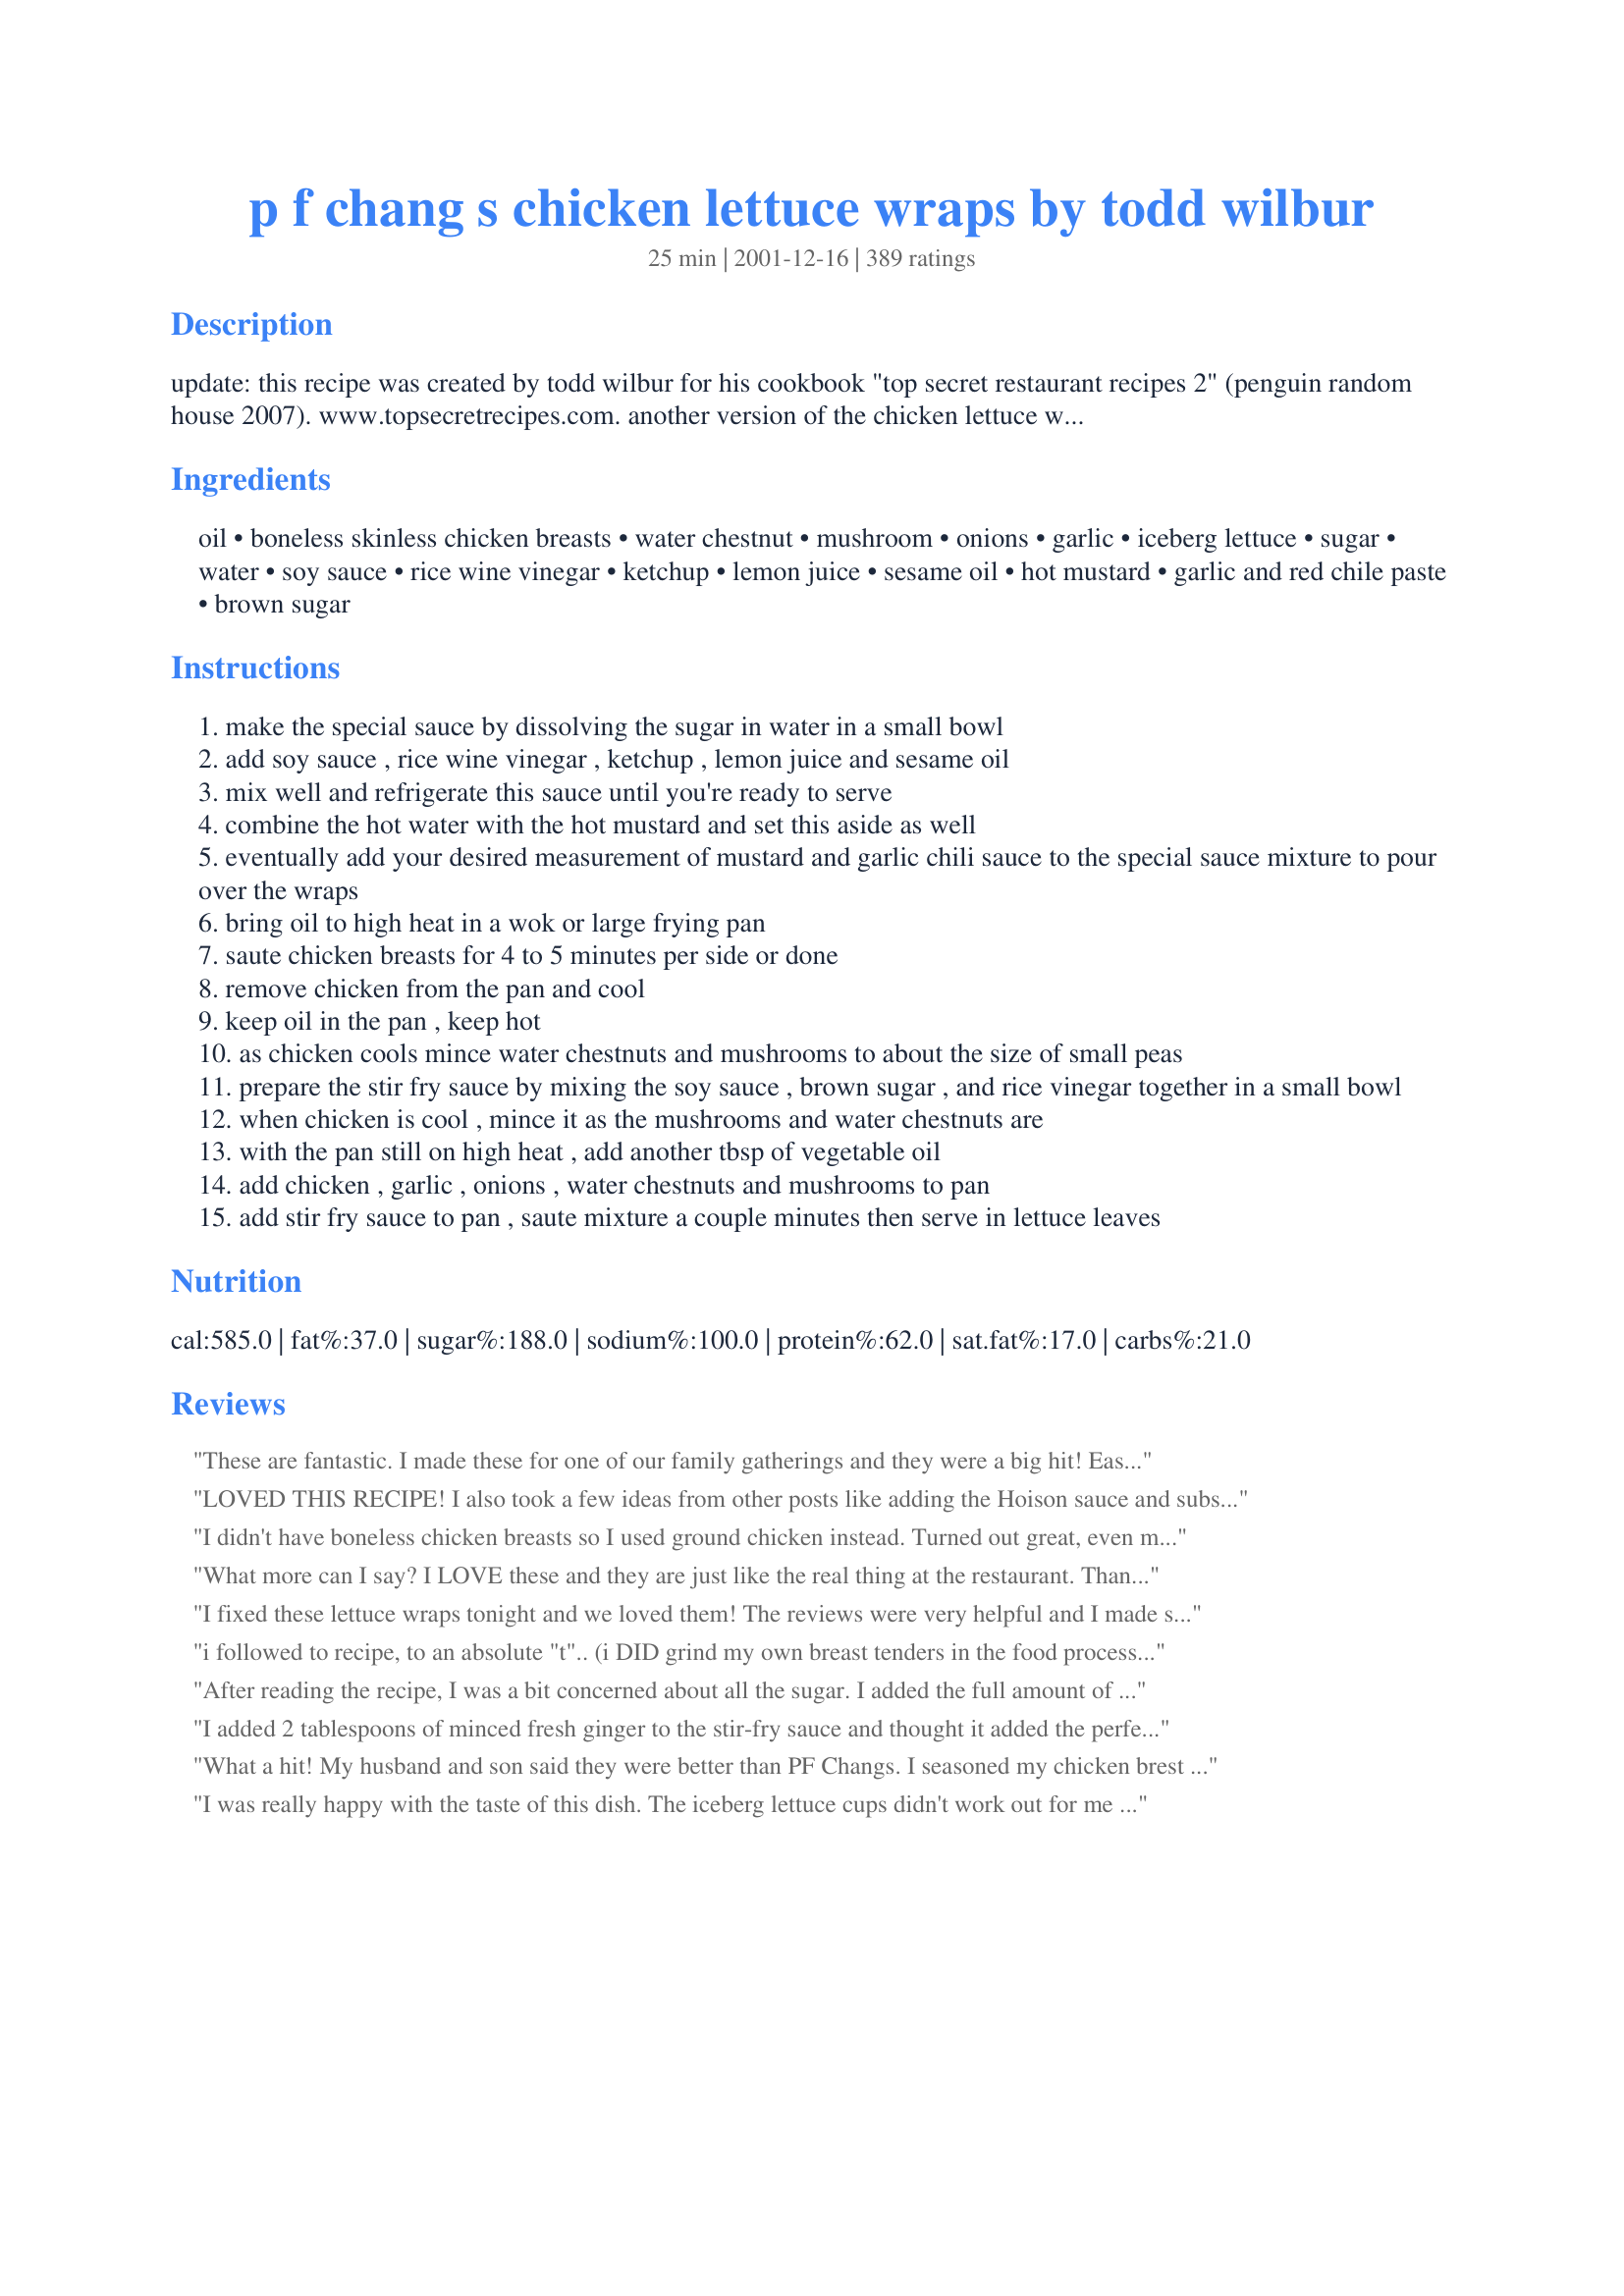
p f chang s chicken lettuce wraps by todd wilbur
Preparation time: 25 minutes

update: this recipe was created by todd wilbur for his cookbook "top secret restaurant recipes 2" (penguin random house 2007). www.topsecretrecipes.com.

another version of the chicken lettuce wraps.

Ingredients:
oil, boneless skinless chicken breasts, water chestnut, mushroom, onions, garlic, iceberg lettuce, sugar, water, soy sauce, rice wine vinegar, ketchup, lemon juice, sesame oil, hot mustard, garlic and red chile paste, brown sugar

Steps:
make the special sauce by dissolving the sugar in water in a small bowl
add soy sauce , rice wine vinegar , ketchup , lemon juice and sesame oil
mix well and refrigerate this sauce until you're ready to serve
combine the hot water with the hot mustard and set this aside as well
eventually add your desired measurement of mustard and garlic chili sauce to the special sauce mixture to pour over the wraps
bring oil to high heat in a wok or large frying pan
saute chicken breasts for 4 to 5 minutes per side or done
remove chicken from the pan and cool
keep oil in the pan , keep hot
as chicken cools mince water chestnuts and mushrooms to about the size of small peas
prepare the stir fry sauce by mixing the soy sauce , brown sugar , and rice vinegar together in a small bowl
when chicken is cool , mince it as the mushrooms and water chestnuts are
with the pan still on high heat , add another tbsp of vegetable oil
add chicken , garlic , onions , water chestnuts and mushrooms to pan
add stir fry sauce to pan , saute mixture a couple minutes then serve in lettuce leaves

Reviews:
These are fantastic. I made these for one of our family gatherings and they were a big hit! Easy to do ahead so you can enjoy your party.
LOVED THIS RECIPE! I also took a few ideas from other posts like adding the Hoison sauce and substituting Splenda for both the white and brown sugar. Also used cooking spray instead of oil. Whole family loved it!
I didn't have boneless chicken breasts so I used ground chicken instead. Turned out great, even my picky 16-year-old loved it. We didn't use anywhere near the total amount of the drizzle sauce so I plan on cutting that back next time.
What more can I say? I LOVE these and they are just like the real thing at the restaurant. Thank you so much for this recipe!
I fixed these lettuce wraps tonight and we loved them! The reviews were very helpful and I made some changes based on the reviews by others. I substituted hoisin sauce for the ketchup, green oinons for white, and added minced ginger and garlic powder to the chicken mixture and threw in a cup of chopped carrots. I also stir fried it all together instead of cooking the chicken first as someone suggested. I couldn't find chili paste at the store so I added red chili powder and a little extra hot mustard to the sauce. It was wonderful and really tasted a lot like PF's.
i followed to recipe, to an absolute "t".. (i DID grind my own breast tenders in the food processor, very handy), but i found it a bit bland [i'm pretty sure it was the stir fry sauce..]. i added sprouts to my wraps, and the sauce is delicious. it doesn't taste bad, at all. but it doesn't seem to taste like P.F. Changs. <br/>I'm sure that I did something wrong, and I will definitely try it again. Thanks for the inspiration!
After reading the recipe, I was a bit concerned about all the sugar. I added the full amount of sugar to the sauce, but then tweaked it a bit after tasting - a bit sweet for my taste, so I added some more soy, sesame oil, water, and vinegar. On the suggestion of some other reviewers, I also microwaved the sauce for a few minutes to thicken it. I also halved the brown sugar put into the chicken. A good dish and would make again, but would substitute splenda for some of the sugar and cut back on some sugar also. It is very similar to the P.F. Chang's version.
I added 2 tablespoons of minced fresh ginger to the stir-fry sauce and thought it added the perfect kick. Next time I'll cut down on both the sugar and ketchup, as I found the dipping sauce to be a bit too sweet. However, my husband and I practically licked our plates clean and we plan to make this again very soon.
What a hit! My husband and son said they were better than PF Changs. I seasoned my chicken brest with kosher salt and peper then when they were cool cut thme into a very small dice about the same size dice I had cut the water chestnuts and mushrooms into. I also used baby bella mushrooms. I did double the stry fry sauce due to the amount of chicken I had. My chicken breast were on the large size. We will be making this again.
I was really happy with the taste of this dish. The iceberg lettuce cups didn't work out for me so I ate the stir fry on rice. It was great.There is alot of prep work but I think it was worth it.
I tried this for New Year's Eve last night, and received many compliments on it. Thanks for sharing. One thing I did add was Hoisin sauce. When I ate at PF Chang's, I definitely spotted the Hoisin flavor in it. It also helps brown up the mixture. Another thing I might try next time is to saute everything together in oil in the beginning like in traditional stir-fry when everything's raw. That should help brown it all up and bring out more flavors. Thank you. Very tasty.
These were so good and easy to make. I too made both Chili's and these. They are so close to the same. Can't say which is best. Thanks Lali.
Wonderful !!! I don't have a P.F.Chang's near where I live, but travel out of state every
We tried this and it was OK. I think we were expecting a bit more spice in this but it was just ok for us....sorry. I loved the whole concept of the lettuce wraps but we just didn't enjoy it as much as we hoped too. Thank you for sharingthis with us, it was definately something we have never had before.
Reeeeally yummy!! I used ground chicken and it was great. Omitted the water chestnuts and used a little more portabella mushrooms and garlic. The special sauce was great but it made a little too much, so next time I'll double the recipe (for leftovers) and single the special sauce. (BTW, the special sauce is great on fried rice, too!) I might cut the brown sugar a little. Thanks so much for sharing. I'll be making this again and again. Very, very close to P.F. Chang's original! Jean
I made this for my in-laws for a New Year's Eve pot-luck appetizer party. It was a HUGE hit! They all have major "spicy-phobia", so I used the minimum amount of the garlic and red chile paste and left the hot mustard/water mixture out of the special sauce and to the side where people could add it to their individual wraps if they wanted. I used 1/3 parts shitake and 2/3 parts white button mushrooms. I will say that my food processor was my best friend for this recipe. I used it to chop the mushrooms, water chestnuts, onions, and chicken to very small pieces so the texture of the filling turned out to be very similar to the resturant's. The ultimate compliment? My mother-in-law just called me for the recipe! That has only happened 3 times in my entire 11 years of marriage!
Pretty close, delicious none the less, thanks for sharing!
Fantastic recipe! My husband and I loved it! It makes more than enough for 2 - we'll have the leftovers for lunch tomorrow! Thank you for sharing - the only thing I did wrong was not realize I was suppose to wrap them up - I served on lettuce but not wrapped - next time I'll wrap them and the time after that I'm putting it all on rice :) Edit - 1/29/2011 - made this recipe again, I'm telling ya it's really a 10 star recipe! We love love love the sauce! We made them last night and it's what I had for breakfast this morning - they are good cold too! I did use endive this time and oh yum yum! With the leftovers, I used a little cornstarch in the sauce (heating it of course) to thicken it up and used it on our pizza instead of pizza sauce - then used the leftover chicken mixture on the pizza along with green onions and crushed pineapple...it was the best!
This recipe is FANTASTIC! It looks like it's a lot of work, but it really isn't. I add walnuts to the chicken mixture (a local restaurant has them in their lettuce wraps...love 'em!) and I also make twice the amount of Special Sauce and use it later in the week as a salad dressing. I've shared this recipe with friends and family and I have yet to hear of one person not liking it! Enjoy!
my husband really liked this, but i didn't. i used hoison instead of ketchup in the dipping sauce, which was very good. i used a food processor to prepare the veggies and chicken. i did not use water chest nuts because i hate them. i don't think it is the recipe i didn't care for but the texture of the chopped chicken, so maybe next time i will just cut it in chunks.
I can't believe how close these taste to the real thing! The only thing I changed was the amount of sauce. I felt that they were a bit dry at first, so I just mixed up some more. Yummy! They were a big hit. Thanks for sharing!
This is a yummy hot summer night meal, the sauces, both for the stir frying and for the dressing were really delicious and I could see using it for other wok meals. I haven't tried this at PF Chang's but will probably try them at some point because I am curious as to how much like their lettuce wraps this is. Any it is a treat and I really appreciate your sharing it.
EXCELLENT! But I did substitute hoisin sauce for the ketchup and ground chicken for the chicken breasts! Ground chicken makes the prep time much, much shorter!! Just personal preference, but I like a thicker &quot;special sauce&quot; so I added 2 tsp. of corn starch to the special sauce. &lt;br/&gt;I browned and drained the ground chicken and removed from stove to cool chicken slightly. I then sauteed minced water chestnuts and mushrooms for about 5 minutes, then returned the chicken to the pan and added the stir fry sauce AND the &quot;special sauce&quot; until thickened. Served in lettuce cups and topped with shredded carrots, chopped green onions and rice noodles! DELISH! Thanks for sharing!!
Wow! I have to admit, I was skeptical - all those unusual ingredients for the special sauce (never did find the garlic and red chile paste, though I looked in 2 stores, online, and even googled it). Anyway, it was a delicious recipe that I'll be making again in the future.
This recipe was created by Todd Wilbur for his book "Top Secret Restaurant Recipes 2" (Penguin/Putnam) www.TopSecretRecipes.com
I have the actual P.F. Chang's recipe as it was posted in our local news paper. It is quite a bit more involved than this one. For instance, the real recipe used straw mushrooms, not regular mushrooms. There is also three sauces and two dips to make that goes with them, as well. This being said, these were half the work and were very good. Thanks:)
Very yummy! Whenever we go to PF Changs, my 8yr old always orders the lettuce wraps for dinner. We were looking for a copycat recipe to make at home and thise were perfect. We used portabella mushrooms in the filling since those our the favorites in our house. Thanks for posting!
This is just about my favorite recipe ever. It is just like PF Chang's, if not better! To make the vegetarian/vegan-friendly version (which I actually think tastes better), I substitute baked tofu for the chicken (Slice one package of extra-firm tofu about 1/4 inch thick, brush with a little soy sauce, place on lightly greased baking sheet and bake at 375 F for 30 minutes, turning halfway through). Otherwise, I follow the recipe and LOVE IT!!
Absolutely delicious! I used ground chicken instead of chicken breast, which avoided the added step of chopping. I also simply diced the water chestnuts and baby bella mushrooms and substituted green onions, which I added to the pan along with the mushrooms and water chestnuts. I used about 1/4 of the "special sauce" in the pan for the last few seconds of stir-frying then used the rest as the topping. Next time I will double the stir fry sauce. My daughter asked if we could eat them again tomorrow night. I guess that is a testimony to how great this recipe is! Beats takeout any day!
Delicious! I added a sprinkling of almonds and they were a nice additional crunch!
This recipe was very good. It tasted very close to the P.F Chang's version. The only ingredient that I did not use was the spicy mustard. It was VERY over powering so I tried the recipe without the mustard and it was amazing!
This recipe is GREAT! After making it the first time I now have to double it because everyone LOVES them.
This recipe was awesome! It taste just like PF Chang&#039;s! The dipping sauce was right out of the restaurant! We loved it! The whole dish took whey longer than your estimate of time! I think it was about an hour before we sat down to eat! Nevertheless, it was totally worth it!
This has easily become my new favorite meal. I LOVE IT! Highly recommended that you try it!
I tweaked this recipe quite a bit some due to preference and some due to lack of ingredients. It turned out great! <br/> * For the special sauce I used only 2 Tbs of sugar<br/> * Instead of water chestnuts and mushrooms I used bamboo shoots and substituted the onions for shallots<br/> * Used red wine vinegar instead of rice wine<br/> * I put fresh ginger in with the garlic and chicken stir fry part<br/>* I only had one chicken breast so I used two thighs to substitute for the missing breast<br/><br/>This was very easy to make and it tasted great!
Make your own variations based on your taste. <br/><br/>Recipe was delicious but was unlike PF Changs.
A bit of work but well worth the trouble!
Excellent! Just like P.F. Changs! Though I wish mine had a little more color to them, taste was excellent. Be careful not to mince too much if you are using a food processor.
I just posted a rave review and forgot to add...I halve the sauce and there is still some leftover! This is definitely a keeper :)
A lot of work, but well worth it. Totally have to add 3-4 tablespoons of Hoisen sauce though. Add it right into the mix in the frying pan / wok after you put in the stir fry sauce. That will give you the darker, more carmelized look as well as much more flavor without overpowering it. Great recipe though!
LOVE, LOVE, LOVE these! Excellent recipe, made exactly as instructed.
This was a great copycat recipe. Other that doubling the stir fry sauce, I kept everything the same. It was very delicious. Thanks for posting.
Great dish! I didn't tell anyone that I was making a "copycat" recipe ;-) and I forgot the sesame seed oil, which probably would have made it better. I served it over rice to make it the main course and see how the dish went over with my family and not to make it as if it was P. F. Chang's (which I guess it wasn't). It was delicious! Everyone enjoyed it and after the fact I asked if it tasted familiar, and my biggest critics agreed it was just as good as P.F. Chang's! I will make it again served both over rice and with lettuce.
I loved this recipe! It is so close to the original from the restaurant! I use 2 packs of hot mustard from chinese take out and substitute a splash of equal measure instead of the sugar. Instead of ketchup I use chili sauce and sprinkle in some dried red pepper flakes. A real favorite in my house!
I made this tonight...it was delicious! I added my own twists to it and it was fabulous! It took me 1 1/2 hours compared to 25 min. I read reviews that suggested using a processor...i did everything by hand. Now I don't have to go to P.F. Changs :) thx!
This was fine but I don't think it tasted like PF Chang's at all. The directions weren't as well written as I'd like but I figured it out okay.
Absolutely fabulous! I made my own garlic and red chili paste - nothing but yum. I can't wait to make this again. If you double the stir-fry sauce you can put it over rice instead of lettuce. Enjoy!
So yummy!! Thank you for sharing! My husband and I are both watching what we eat so I used Splenda instead of the sugar.
I also roasted 2 boneless, skinless chicken breasts in the oven first and allowed them to cool a tiny bit. I then sauteed (using Pam) water chestnuts, broccoli, snap peas with the onions and garlic. I added the chicken right before adding the stir fry sauce. Flavor was still spot on.
Great Fast Meal!!! It actually taste better than P.F. Chang's wraps.
The flavor of these wraps is very close to the lettuce wraps you get at P. F. Chang's! Since I loved them so much in the restaurant, I was eager to try this copycat. We made them for New Year's Eve dinner, along with some other appetizers. The only change I made was to use 1# of ground turkey instead of the boneless skinless chicken breasts, and didn't notice much difference in flavor. I also added crispy fried rice noodles to my wraps, because I think this adds a nice crunch. Fantastic! I'll be making these again, for sure!
I thought these were excellent! And they taste alot like P.F. Changs. Thank you for the post
we DEFINATELY give this 5 STARS!! this was the first time we have experiemented with lettuce cups and LOVED it!! we did make a few changes though..we didnt have rice wine vinegar so i used apple cidar vinegar and used pre-sliced coleslaw mix (cabbage and carrots) instead of the mushrooms and water chestnuts...great recipe!!
Although I've never been to PF Chang's in the US, I still wanted to try this highly rated recipe, so I made sure I followed the directions perfectly. Although the flavour was good, the stirfry sauce was so runny from the water chestnuts & the mushrooms cooking, that it just made a huge mess. I've had lettuce wraps before from other local restaurants, and usually the sauce you put on top is a thicker sauce, and while I'm sure this recipe is similar to PF Chang's, I just added to the huge mess that came when eating this.
Really good! I made the sauce the first time, but it really wasn't used so I did not do it the second time I made these. I used ground turkey because I am lazy;)
We are BIG fans of P.F.Chang's chicken lettuce wraps; this definitely isn't it. Everyone agreed that Chang's has no ketchup, uses ground chicken and the sauce is thicker and not so sweet.
That said, Lali, we enjoyed them; they were a good place to start-- re-creating Chang's with changes to your recipe. Thanks for posting!
WOW!!! The only thing that I would have done different is to double the chicken. We had this as a main dish and were still a little hungery when we were done. We also cut the raw meat up before we browned it. I'd like to try browning first and then cutting, seeing how much that makes a difference. Will make it again!!
These were really good!! I used butter lettuce instead of the iceburg. I also reduced the amount of sugar and added extra soy sauce I still thought the final product was a bit on the sweet side, but it was very good. I also used one pound of ground chicken and had to make like four times the amount of stir fry sauce. Overall, this is a very good recipe and will continue to make it.
This does not taste like PF Chang's recipe. I was so excited to find the recipe and then so disappointed when I tasted it.... It was really bland.
I personally am not a lettuce wrap person, so I was holding my breath when I made them as an appetizer for my new year's eve party. Everyone loved them. I followed recipe exactly as shown. No one had one negative thing to say (28 people tried them)
Forgot to review this from a while ago
Delicious! I made this tonight for my mom and a few of my classmates. Everyone left the table feeling stuffed! I used ground chicken instead. I also purchased spring roll wrappers. You can purchase the large size from an Asian market. Then I had 2 large bowls of water at the dinner table and everyone dips there spring roll wrapper papers in the bowl to get it wet and pilable. Then we all wrapped the lettuce wraps in the spring roll wrapper and dipped the rolls in the special sauce. But this is also delicious without the spring roll wrappers.. just wanted to try something different. Will definitely make this recipe again!
Awesome! We felt like we were at a restaurant. Very good and would defintally make again. The flavor was great and very similar to PF Changs!
This was ALMOST right there! I love PF Chang's Lettuce Wraps and have tried before to make them. This recipe was the closest I think I can come! It did take quite a bit of prep time; but was well worth it! I chopped b/s thighs and breasts by hand (got a blister, too!) and cooked that in the wok first, then removed it and cooked the onions, mushrooms and water chestnuts. Then I added the chicken back in and the rest of the cooking sauce and cooked for a while until it was the desired color and consistency. I think I even just about nailed the "special sauce" using the ingredients Candice7 gave on her comment. I wrote down everything I did so I will remember amounts next time! Definitely a keeper!
We enjoyed very much! The only things I did different was to leave out the mushrooms. Thanks!
Made this last night for my boyfriend. There was no left overs. I prepared everything in the morning and reheated for dinner. Gave the flavors time to mingle. Will make again and often. The garlic chili paste is a must!
Good recipe, the sauce was very thin and messy! Next time I might try thickening with some cornstarch before the cool down phase. Otherwise it was VERY tasty and my DH loved it.
This is an excellent lettuce wrap recipe. I personally added additional mushrooms and waterchestnuts. The special sauce sounds yucky but it makes the lettuce wraps great--it thickens as it cools.
Just awesome! The special sauce is wonderful but we didn't think it was sweet at all. I could drink that stuff it was so good! The family loved this recipe and asked for it later. Some of the ingredients we found right at Meijer.
Made this last night but used leftover pork tenderloin. Family loved it! Will make this again.
I loved it, next time I would add a little less sugar. I added cashews into my mixture and it was awesome.
Very tasty. Tastes just like P.F. Chang&#039;s!
We really like this recipe! We used sesame oil just frying and it really gave it a nice flavor! My husband said to add it to the rotation for sure!
Pretty darn close! My hubby and I drool over this dish at the restuarant and I thank you for posting this. I don't even mind the preparation, esepcially when the taste is so great!
First of all, prepare this the night before, the sauce soaks into the chicken mix, and is MUCH better. Second of all, double the sauce recipe for dipping or putting on the lettuce. Third, this appetizer absolutely disappeared at a party for 100, where tons of food was brought. Raved about....Suggestions are what the reviews say -- add a tablespoon of cornstarch and cook a bit to the dipping sauce. I also added pecan bits, gives a crunch. Only negative is that this recipe takes some TIME to do it right.....but everyone just adored it...I took home NOTHING, it was gone....
Really, really good. I made mine with ground chicken and minced the mushrooms and water chestnuts to an even consistency. Once the chicken was cooked I just added in the other ingredients and continued to cook :)
This was great... just made it and the special sauce was right on. I do agree with a previous comment that it is really messy with all the sauces i dont remember it being that messy at the restaurant. Prolly not an entertaining dish since it is so messy but as far as flavor it was spot on! I will defiantly make this again!
I had a hard time reviewing this recipe. It was good, but I don't think it is really like PF Chang's. It has similarities, but ... not the same.<br/>I think overall it was very good.<br/>I used Bibb lettuce vs iceberg which I prefer for lettuce wraps<br/>I added a few shredded carrots for a bit of color and texture<br/>And the chicken very fine cut vs cubes I think that worked much better (very fine)<br/><br/>It was a bit bland and think some spicy chili sauce maybe the answer. NOT much, but it is definitely missing something.<br/><br/>But overall, they were good. I wasn't a huge fan of them when I got them at PF Chang's but my g/f was, so I made these for her. She had the same comments. Good, but not great!<br/><br/>But it still made a very nice dinner.
This was great! &lt;br/&gt;&lt;br/&gt;I think next time we will make more stir fry sauce and add some of it earlier than just the last few minutes of cooking.
I'm a vegetarian who loved ur dish & I am eating it right now!! Even my picky hubby has requested this for his bagged lunch. I used vegan 'chicken strips' and made a few changes based on my tastes & pantry supplies. Mushrooms were replaced by bell peppers, lettuce replaced by sundried tomato/basil wraps. Sesame oil replaced by corn/vegetable oil. Omitted the mustard and added grated ginger to the stir-fry sauce for an extra Asian flavor. I don't know what PF Chang wraps taste like since I am a life long vegetarian. All i have to say is YUMMYYYY.
I've never had this dish at P.F. Chang's, but tried it at home and it's pretty good! I added some chopped cashews and about 2 tbsp. cilantro.
I thought they were pretty tasty. My DH did not love them. I think he might have liked just the meat over rice better.
Thanks for sharing Lali! This recipe is really really good. It&#039;s always a hit everytimeI bring it to potlucks. I just cut the chicken into very small pieces too and it&#039;s perfect!
Definitely not the P. F. Chang's lettuce wrap. I think the P. F. Chang version is too salty, but this one is too thin, and not flavorful enough. If you add a few tablespoons of oyster sauce to the stir-fry sauce, it improves dramatically. Then, to thicken the sauce, add a small amount of cornstarch mixed with water - 1 Tb cornstarch to 1/2 Tb water should do it. I usually adlib the cornstarch/water ratio to suit the situation. Also, check out the size of the chicken breasts. Some are MUCH larger than others.
I made this tonight and it was very successful! Only thing is prep and cooking time for serving 5 people was more like an hour.
Hubby & I thought these were good. I didn't change much. I used white wine vinegar because the grocery store did not have rice wine vinegar. It was kind of time consuming, it took me a little over an hour, maybe I am just slow. For the special sauce I did not like how thin it was so I made a corn starch slurry, boiled the sauce, put the slurry in and stirred till it thickened up a little, then I put it in the freezer until dinner was ready. I think only thing I would change would be to use brown sugar for the special sauce next time, and thats all I would change. One part of the directions confused me, in step 3 it says to mix well and refrigerate till serving, so i did it, then step 4 said eventually add desired amount of mustard & garlic chili sauce. I was not sure when I was supposed to add it, so I just took it back out of the freezer and mixed that stuff in, and then put it back. No biggie though, it did not affect the taste of the finished product. Thanks!
OMG!!! This recipe was absolutely delicious. My family thought it was better than you can get at P.F. Changs. I actually made a double batch and my family of four devoured it for dinner. Thanks!
Maybe I did something wrong, but this recipe tasted more like sloppy joes than PF Changs. Beyond it being a little too soft, the ingredient that stood out the most was the ketchup (perfect for French fries....not lettuce wraps). If I am going to make and eat such a high fat meal it better be worth it. Next time I will save myself the time and go get the real thing.<br/>Gave it 2 stars because my 6 and 3 year old liked it (probably the ketchup flavor).
Wow! These taste just like PF Chang's. I have made these several times and I was surprised I have never left a review. Thanks for posting Lali.
Spot on flavor. We really enjoyed this! It was soupy though and next time I might add a little corn starch at the end. I will also buy the little rice noodles in the store so that it is identical to the restaraunt recipe.
Yummy! ...After I FINALLY go it all prepared. Think 10 min. prep time is not accurate (for ME, anyway)....shopped for ingred. I don't keep on hand, cooked the chicken, food processed the chicken, water chestnuts, mushrooms, onions, ...stir fried these...made 2 sauces... washed the lettuce. Will do all earlier in the day next time and refrigerate 'til ready (or go to P.F.Chang's) Husband & I enjoyed!
This recipe is fantastic! The special sauce tastes exactly like the real thing. I made a few adjustments on th lettuce wraps though because my family and i are not big on water chestnuts or mushrooms so instead i used broccoli and asparagus....so yummy! I also used a store bought stir fry sauce because at the time i was also making rocco's almost general tso's chicken which calls for a low calorie store bought sauce so i just used what was left over from that. I must say though these were way better than the real thing and my whole family agreed. I will be making them again soon and these recipes will have a permanent spot in my recipe book!
I&#039;m only giving this 3 stars because I thought it was too much work without a ton of flavor. I have a lettuce wrap recipe that I make all the time and will stick to that. This wasn&#039;t bad.. it just did not wow me.
There are several really good lettuce wrap recipes on RecipeZaar, this one was not worth the effort. My daughter loves lettuce wraps but neither of us thought these were that great. Not awful but not worth the effort. Too much sugar as well.
This recipe is wonderful. Try cutting the chicken with Pampered Chef's food chopper - it made it really easy!
Very good but a little hard to eat and a bit too salty for our tastes.
We did enjoy it though, thank you for the recipe!
The whole recipe is special but the special sauce is outstanding! I used this recipe for appetizers made the lettuce rolls small and they were devoured. I got every thing ready in the am and just reheated the filling before serving Excellent 5 star recipe
Added comments: I can't say enough about this "special sauce" just the right amount of hotness (I used 2 tsp chili/garlic)and the flavor is wonderful Lettuce Wraps were part of a Christmas Eve Buffet MMMMMMMMgood

Made again 19 April 09 Used left over forzen turkey and previous remarks say it all Thanks again for a super recipe
This was a more complicated recipe than I've tried in a long time. Couldn't find the garlic and red chile paste at the grocery story. Also didn't have hot mustard. Other than that, it had a good flavor, though I wouldn't say it tasted like PF Chang's Lettuce Wraps. Will probably make again.
I made this exactly as written and my family LOVED it! I give this 5 stars - delicious!!! Thanks SO much for sharing it!
I don't mean to hurt anyone's feelings, but I just made the special sauce recipe and I did not like it at all. All I can taste is ketchup, vinegar and lemon juice. Asian sauces are usually a good balance of sweet, salty, sour and spice. I remade it subbing brown sugar for the white, hoisin for the ketchup, tripling the sesame oil, halving the vinegar, left the chili sauce, water, lemon and soy as is. And I added a small clove of fresh crushed garlic because I like it. But everything is to your personal taste, so maybe its just me! Everyone else seems to like it.
While these are definitely not the same as PF Changs, these are simply fantastic. I used ground chicken (didn't want to chop it up), the sauces practically came together on their own. Served for a new year's party and everyone kept talking about them. I used 1.5 tsp red chile paste and just got a bit of zip at the end, so it was the perfect heat. I'll be working this into our regular menu rotation, maybe add some matchstick carrots or etc to make it more substantial. You've got a winner here!
Yum. I didn't want to buy all the ingredients for the special sauce so I served it with a sweet and spicy ginger sauce made up of sugar, ground ginger, water, cornstarch, and red pepper flakes boiled then simmered.
This took me a little longer than the prep time indicated, but it was well worth it! I don't think it will take as long to prepare the next time . . . and there will most definitely be a next time! My picky daughter gave it an A : )
My family loved this recipe!!! They only thing I did when making it was that I cut up the raw chicken and then stir fried it with the vegs. Also, made doubled the stir fry sauce(because I didn't marinate the chicken first.) When stir frying the chicken, water chestnuts and mushrooms add half of the sauce and then add the second half at the end so the chicken has lots of flavor. But, forsure loved this recipe!!!
LOVE IT!! So do my children, which isn't easy. The only thing is what about the little white crispy noodles they always serve this on?
I have never had this in a restaurant before so I wasn't sure how to make the 'lettuce cups' so I just made wraps, like a burrito. I really liked the special sauce.
These were pretty good. Not spot but still had a nice flavor. I used green onions and more garlic, thats just what we like. This was missing the rice threads so we added those to ours. Yummy!
Delicious!
I have been making these for a couple years now and realized I&#039;ve never reviewed them. These are a huge hit with my family! DH and 7yo DD request these ALL THE TIME. DD can pretty much eat her weight in lettuce wraps. The only changes I make are to use ground turkey or pork because I&#039;m allergic to chicken, and I use dehydrated onion flakes instead of onion due to sensitive tummies. I also usually add some shredded carrots. The special sauce combines much easier if you just throw it in the blender. I also double up on the stir fry sauce :) We eat this at least once a month, which means its a serious winner in our book!
Wow! These things are crazy good and not nearly as difficult as some of the other copy cat PF Chang lettuce wrap recipe I've seen around. Amazing! After trying these for our family ONCE, I immediately went to the store to buy more ingredients to make them again because I'm going to be craving them all the time. Good job whoever came up with this one!!
Very delicious. My boys (11 and 5) loved them! 
I partially froze my chicken breast and then chopped it real fine. I stir fried it and then added the vegetables and sauce and cooked about 2 minutes more. I thought the special sauce was too watery. I will use just 1/4 cup water next time. This recipe easily served my family of 4.
This recipe lacks the cellophane noodles that PF Changs layers on the plate under the chicken mixture. They really add a nice crunchy texture.
This was phenomenal. One thing I'd change though is to thicken the special sauce and double the stir fry sauce. I used 1 # ground turkey (it's what I had), which I wouldn't do again. I like the taste of chicken whether it's ground of diced much better. Thanks for a great recipe!
Insanely delicious. Is pretty mild so if you like these a little spicier kick it up. I also found a dressing at the store for dipping that I tried with this that is just as good as the recipe if time is an issue. It is Ken's dressing Asian Sesame with Ginger and Soy. Spicy enough to have a kick but was sweet enough that my 4 boys ate it just fine. I highly recommend this recipe!!! Also, add carrrots for more crunch and buy LaChoy rice noodles for embellishment and crunch just like Changs!!! Enjoy
This recipe is so delicious. My picky kids even love it!
These are totally yummy!<br/>loved them! made them for my hubby and I, had some left over and ended up using it on a salad,, will be making these again!
We made these for dinner last night, the taste was great but we had isssues with our lettuce falling apart therefore not making a good wrap. We ended up using TWO pieces of lettuce for the wrap and it worked much better, we might also try a more leafy lettuce next time - because there will be next time :) I used sesame oil to cook the veggies in, and I also cooked my roast whole first (slathered in sesame oil and salt and pepper) and then cut it into strips to add to the veggies at the end. Served with white rice. Thanks for posting.
These were fantastic!! Thanks so much for posting because the whole family loved them. I simplified for the kids and mixed the chicken with shredded lettuce. That way they could eat the dish "taco salad style." Thanks for this keeper - we will be enjoying it regularly.
Lynn, yes, the ones you buy are made from ground chicken. I don't grind it though, I just chop it really fine. I don't think I said ANYWHERE that I use CUBES. I am going for the taste. THE TASTE IS THE SAME. If you can achieve the same taste without the bother of grinding the chicken, what difference does that make?

Have a Blessed day. :)

Lali
Great but I substituted things for lower calories. Such as Walden Farms makes no calorie ketchup. The light Soy, Splenda Brown Sugar and Sugar and ground chicken or turkey works great to lower the calories. I love the PF chang wraps so much and this is a great recipe. Great as a dinner when counting calories. I use lettuce for tons of stuff. When I make low calorie burgers on the grill I use lettuce as my bun. There is also a site out there for those that love to make sushi that sells no calorie rice and noodles. miraclenoodle.com.
I'm afraid our family is in the minority here, unfortunately. We did not love this recipe as much as I was hoping we would. I think our chief complaint was that we found it on the bland side (and I don't mean that it lacked "spicy" heat). There just seemed to be something missing flavor-wise for us. That being said, I am very glad we tried it and I encourage others to give it a go! Thanks for posting!
I made this last night and it was delicious!! My husband loved it and my kids who are picky eaters were asking for more!! I definitely reccomend this recipie. You will be pleased!! Thanks for sharing this! Will make again!!
NOTE: This not Todd Wilburs updated version! That you can find on his website<br/>Used ground chicken and thought it was very good but special sauce was watery.<br/>have to figure out how to thicken it up.<br/>WW Girl review below said same thing about sauce.
I LOVE this recipe! I use firm or extra-firm tofu instead of chicken and add any additionaly vegetables that sound good, but keep everything else the same. To prepare the tofu, just cut into 1/2&quot; cubes and fry over high heat in about a tablespoon each of vegetable oil and sesame oil. After it starts to crisp, sprinkle on about a teaspoon or two of chicken bouillon (or vegetable bouillon for true vegetarians) and fry until the outsides are mostly crispy.
I love these lettuce wraps. They are time consuming but worth it. I add 3-4 chicken breast and keep everything the same. I also add 2 things of celery. I also added 2-3 tbl corn starch to the special sauce to thicken it up a little. My 6 yr old eats soooooooooo much of this every time I make them. This is the best.
Although it didn't taste exactly like P.F. Chang's, it was still delisious. I will be making this a lot more now that I have the recipe, thanks!
I was a little nervous to attempt this recipe b/c of all the ingred's. But I must say, it was super easy and it tasted like I spent money ordering out! My husband didn't know the difference, although I made sure to tell him his wife was the chef.
We really liked it. I have never had P.F. Changs but I have heard they are good. I used butter lettuce as it wraps better.
Made this tonight and even my two year old ate it up! Thanks!
Looking for something different to make for dinner, I was getting lettuce for salads and it hit me P.F. Chang's lettuce wraps! So I looked it up on the web and came across this recipe. I made a few changes that I think made a big difference.<br/>In a wok I heated up oil as directed, sliced the chicken breasts into strips cooked about 4-5 minutes. Removed from heat poured into a colander to remove excess oil and water from cooking chicken. Prepared the rest of the ingredients as indicated. Next I took the cooled chicken put in my food processor and pulsed meat 4-5 times based on the size of meat you want. I then added meat to garlic, onion mixture heated thoroughly then added the remaining ingredients. Once the mixture was completely heated through I added some of the special sauce into the meat mixture. Once I was ready to serve I also chopped some peanuts to put on top of mixture. <br/>One note to make I would not use iceberg lettuce, if you are able to buy "live butter lettuce" do so. They are consistence in size and do not rip like iceberg lettuce.<br/><br/>The only reason I did not give it a 5 is that I felt it was missing something, I think the next time I will try adding some hoisin sauce.
GREAT recipe! I agree with the sauce being a bit too thin, you could probably reduce it some and it wouldn't seep through the cracks in my lettuce! Also, the nutrition facts are WAY whack. They can't be right. 22 grams of fat? The list of ingredients are pretty much all water based condiments or veggies, and the chicken and sesame oil (and the other oil used for the chicken) can't possibly total up that much. I counted all this up WW Point-wise and it seemed like about 5 points each to me. Any ideas on that?
This is a deliscious recipe!! It does take a bit of time to prepare, the food processor is a HUGE help. My kids 3 &amp; 7 just kept saying Yum Yum the entire dinner!! That makes it a big win in my book
Yummy! These were great! I used ground chicken because I had some on hand, so there was no need to chop up the chicken after cooking it. I used green onions instead of regular onions, and I ended up adding a little extra of the stir fry sauce ingredients. This is much better than my regular lettuce wrap recipe, and I will definitely be making it again. Thank you for sharing!
I found this recipe to be very easy to make and very much like PF Chang's! I omitted the ketchup and lemon juice from the special sauce and added a little more heat. GREAT recipe, my kids loved it!! Thank you for sharing!
This was amazing, tasted just like the restaurant version. I served this as an appetizer at a wine tasting last night and my guests could not get enough. I used ground turkey instead of chicken and could not tell the difference. I also followed some of the suggestions of other posters. I added hoisen to the special sauce and I thickened it with a cornstarch and water mixture. I then added it to the meat mixture along with the stir fry sauce and it thickened to the perfect consistency and was not runny. I also served with pineapple chunks, peanuts and chow mein noodles. This will be added to our bi-weekly dinner rotation, loved it.
Love it! We've used this recipe several times with excellent results! We use a food processor to finely chop the chicken, but have also used the Pampered Chef style slap and chop with excellent results.
YUM! We've done these a few times, and they are great! We add ginger in there somewhere, plus we do extra chicken, chopped carrots, and rice.
These are awesome! I do not, however, think they taste that much like PF Chang's Lettuce Wraps. I still gave them 5 stars though because they are different, but just as good. The only thing I changed was adding green onions to the chicken mixture.
I tried so hard to like this dish. I canâ€™t say for sure if my expectations were so high for these to taste just like PF Changâ€™s lettuce wraps (to us they didnâ€™t) so that maybe the reason we did not enjoy them. I think maybe if the chicken was marinated in teriyaki sauce or something before cooking it would add more flavor because even with adding the stir fry sauce, (garlic chile paste, and hoisin sauce as others had suggested) it was bland (or maybe I the chicken should be cooked in this mixture). I also had a problem with how much oil is used, this morning I was going to take some leftovers to work so I was not being wasteful and the chicken was sitting in a pool of oil. Sorry this wasnâ€™t a dish we enjoyed maybe better chefs can pull this one off.
The recipe comes very close to P.F. Changs lettuce wraps. I'm not a big fan of mushroom so I used a little less mushrooms and added some chopped carrots. It was delicious. I woud definitely recommend it to friends.
this is delicious! Very close to PF Chang's!
My whole family loved this dish & couldnt get enough, even my son who is a very picky eater. It has a great flavor!!! I didnt follow the directions exactly. For the special sauce I threw all the ingredients in a saucepan, whisked them together to break up the clumps & brought it to almost a boil & then turned it down to keep warm. For the chicken mixture I put it all together & cooked until chicken was done. I didnt really see the point of the lettuce & I wont use it next time. I think it would be better served over rice, personally.
Made this for an appetizer lunch for a stitch & bitch weekend and everyone loved it!! It took a little extra effort but was very tasty.
Great recipe! The family loved it. Directions could be a bit more clear on making the special sauce, but the resuls were still wonderful! Will make this again soon!
Wow!! Try this one. My husband and I love to go to PF Changs when we are in the city, which is rarely. I tried another recipe several months ago, but the results kept me from trying anything again. I found this recipe through a Bing search and was skeptical, but we were both craving the wraps. The ingredients seemed to be like what is in the restaurant version. They were great. It took me about 50 minutes the first time, but I'm sure that next time I could do it in 20-30 minutes total. I had extra "special sauce" that I froze for next time. Hopefully it will taste the same, but, if not, it doesn't take more than three minutes to whip up another batch. My husband considers me to be a decent cook, but is always wary of anything new I try. He encouraged me to add this one to our regular meal rotation.
These lettuch wraps are absolutely fantastic! Now if I could only figure out how P. F. Chang's gets their rice noodles to be fluffy, yet crunchy. They are the crunch that you need when eating lettuce wraps. Any suggestions?
I've made this recipe for years and love it. The only thing I've changed is I use ground chicken. You can buy ground chicken at Publix. 

Gwen Robinson
This is excellent!! I omitted the mushrooms, used a pack of ground chicken instead of chicken breast and added a cup of cooked brown rice with the last step. My whole family loved it.
These are very good, there is a lot of special sauce, so you may want to 1/2 that. I have put the uncooked chicken in the food processor and chopped it, but we prefer to just cut it in smaller cubes before we cook it. I skip the whole noodle thing and use soy beans and water chestnuts for vegies, of course, chop the chestnuts. Always iceburge lettuce for crispiness! txcrybaby70 But, theres nothing like the ones at PF Changs!!
DELICIOUS! I ended up using ground turkey (for lack of chicken) and adding some oyster sauce (about half as much as the soy sauce), which to me that stuff made it JUST like Pei-Wei's lettuce wraps. I'm so excited about this, I want to make a bunch up and see how it freezes. Thank you so much
Awesome...next time I make this I need to double the recipe. We are a family of 4 and each had 2 wraps and everyone was asking for more. As a previous reviewer had suggested, I added 1 T of hoison sauce plus I added about 1/4 C water. As for the mincing of the chicken, I just rough chopped the chicken. Will definitely make again soon.
Oh my, these are good! I was looking for Pei Wei's (a PF Chang's subsidiary) lettuce wrap recipe and found this. It's pretty close! I used just a touch of oil, granulated Splenda in the special sauce, and Splenda brown sugar blend in the stir-fry sauce. Maybe a touch of Kitchen Bouquet in the stir fry sauce would darken the color of the mix. I think this recipe makes more than 2 servings, too, so the calorie count would be much lower. Wonderful!
I changed this recipe just a bit by adding 1 1/2 cups of cooked rice vermicelli and 1 cup of diced carrots, and also doubled the stir-fry sauce. It turned out tasting exactly like in the restaurants! I think without these add-ins it tastes a little too oily for me.
I would give this recipe 10 stars if I could! I made it for dinner this evening as an entree. First words out of DH's mouth..."This is DEFINITELY a keeper and next time you need to make a double batch." I didn't have chicken breasts, so I used BL/SL chicken thighs. No mushrooms either, so subbed shredded carrots. Will kick up the spice next time as there will definitely be a next time! Thank you for sharing! YUM
Just like the real thing! 10 of us have "Survivor" parties every week and we take it in turns to host. I made these lettuce wraps and they were a hit. A little tedious to prepare if you don't have a processor though.
Loved this! I used romaine hearts and removed the yellowish white parts at the end. I am in college, and hosted a "snowed in" dinner party. These were a huge hit. My friends all love P.F. Changs, but living on a college budget makes paying $8 for an appetizer pretty difficult. This was an excellent alternative!!
This was amazing. I followed the directions except I did use a food processor on the chicken. I doubled it and made it for superbowl. Shredded carrots and maybe a peanut sauce (in addition the amazing sauce that is part of the recipe) might make it more diverse. Thank you so much for sharing this!
So good! Tastes a lot like the ones from PF Changs and the dipping sauce is almost identical. I've made this several times, and there are usually no leftovers, but last week there was some chicken left over. I cut up romaine the next day for lunch, added the chicken, and used the dipping sauce as a dressing. Really good! Great recipe.
Love this recipe. I actually hate P.F. Chang&#039;s, but I love this! I recommend using Bib lettuce instead of iceberg or romaine. Also, to help accommodate the different spiciness preferences in the family, I only added half of the spicy ingredients to the sauce. The left over spicy stuff I placed in front of my husband along with an empty bowl. He was then able to add much more of it to his own personal bowl of sauce!
I tried this recipe tonight, and it was delish! I didn't use mushrooms, but I used carrots instead. And instead of iceberg, I used romaine. We enjoyed them alot!
Yummy
These taste EXACTLY like the real thing. I also deep fried some rice noodles, which turned out just like the ones at the restaurant. Just make sure you have the oil hot enough, and then when you drop in a handful, they puff up and float and are done in seconds!
WOW! These are AWESOME!! I ended up making three times the amount of stir fry sauce and letting the chicken mixture sit overnight to soak up all that goodness. I also added some hoisin as suggested by other reviewers. These wraps are insanely good and super easy to throw together, I will be making these again and again. Thanks for posting Lali!
I have never had P. F. Chang's lettuce wraps so I don't have a mode of comparison for these. These itself, IMHO, are better than any lettuce wraps. My family and I inhale these things. I followed the recipe to a T when I made it the first time, but left out the stir fry sauce the next time, which I didn't think made much of a difference. The special sauce, however, was simply extraordinary! I didn't serve these in lettuce cups but instead wrapped them in lettuce. These deserve atleast 6 stars! Thanks Lali for the great recipe!
My husband really, really liked this one. Thank you for sharing. It took a really long time to prep due to all the ingredients. I used my food processor which really reduced the time. I think this is a good match for a non-work night. The flavor was really good. We thought it was messy with all the sauce. Next time, I may try to simmer the sauce to reduce and thicken. Would love suggestions from anyone who has solved this problem. I didn't end up using the mustard and don't think its needed, unless you really like it. Thanks for helping us have take out at home!
Really nice and healthy. Only prob I found was the wraps tended to drip a bit-maybe will thicken the special sauce next time-but yummy all the same
Love this recipe! I've made it several times for DH and I.
This recipe is the closest to having PF Chang's chicken lettuce wraps. I have had chicken lettuce wraps at many other restaurants but this recipe has blown all of them out of the water. YUMMY!!!
This was tasty however I felt it wasn't as good as P.F.'s I will play with the special sauce and the stir fry sauce to see how close I can get. The only change I made was to use carrots in place of mushrooms. Thanks for a good dinner.
Made this for a potluck and it was a hit! I used ground chicken (to eliminate the chopping part), straw mushrooms (canned found in the grocery's asian section) and green onions (instead of regular onions). Very very easy to prepare specially if you have a chopper to cut the water chestnuts and mushrooms. The special sauce is versatile which is why the hot mustard and red chile paste are add-ons to adjust to your personal preference. Thank you for posting!
Definitely a keeper. Both my husband and I loved this recipe! We really like spice, so we added extra mustard and chili paste to the special sauce. My only disappointment was that we didn't have leftovers to take to work tomorrow. Thanks for sharing!
I just made this for myself. My sister and I love having them at PF Changs. It came out just as good as theirs. It even tasted exactly like theirs. I will definately tell others about this recipe. 

The only thing I didn't do was make the special topping sauces. I never use them there. I did use some of my own Sriracha hot sauce that I keep in the house.

Mmm Mmm Good.

Marc Epstein
This is the third time I've tried an *official secret* recipe for PFChang lettuce wraps - I'M DONE SEARCHING! This one is easier, has less ingredients, and tastes just like the real thing. I used Splenda in the Special Sauce to cut down on the carbs. Splenda doesn't dissolve to a clear liquid like sugar does, but the sauce still tasted great. I did stick with brown sugar for the stir fry sauce, tho.
Was quick and great. The whole family cleaned the pot. Have a son that doesn&#039;t event like lettuce, eat 3 lettuce wraps. Great flavor.
Am I the only person who didn't love this recipe? I thought I followed it to the letter with the exception of using ground chicken. When I order this at Chang's, I don't even use the special sauce, but eat it just the way it's served. It's darker and tastier than this recipe. My daugher and I renamed them "Scandinavian Lettuce Wraps" as we found them sort of bland. I was disappointed! If I try this again, I'll drain off any moisture before adding the stir-fry sauce (they were too runny!) and would maybe double the stir-fry sauce in an attempt to get the mixture darker-looking. At Chang's, the filling has an almost carmelized taste and look, which was lacking with this recipe.
Everyone seems to LOVE this recipe except me, and I so badly wanted to love it too. Maybe I should give it one more try.
I have made this several times and it is awesome!!! I got lots of compliments from friends. A tip: I started using ground chicken instead of the chicken breast. You don't have to mince it and works nicely for filling the lettuce.
This tastes wonderful and I love how healthy it is! The only complaint I have is that it takes a long time to cut up all the components. That said, it is worth it to drag out the food processor for this recipe. The flavor is wonderful. I might halve the sauce next time because it really made a lot. THanks for the great recipe Lali!
Didn't taste anything like pf changs, however was still pretty good. Took much more time to prepare than what it said, and the recipe made way more 'special sauce' than was needed. I did a serving for 6 and have about enough special sauce for 100. It also was not that special. I'm going to try a different recipe next time
Great! DH and I just loved this. I will definitely be making this again. The only modification I may make next time is to add a little cornstarch to the stir fry sauce to thicken it a bit. I used ground chicken and it was fabulous.
I really can't say they taste like PF Changs, but they are great ! So it didn't matter. Little time consuming, but worth it.
These were ok... I thought they'd be fabulous considering they are supposed to be like PF Changs, but as it turns out I prefer my lettuce wraps with other stuff in them... like nuts, scallions, and those styrofoamy curly Asian noodles. This recipe was ok, but I thought the "Special Sauce" was way too watery, and the stir fry sauce was small in quantity and flavor compared to the amount of food it had to cover. Oh well... glad I tried it, and still enjoyed the meal. Thanks...
I had this dish before but not at P. F. Chang. The special sauce in this recipe was good but too sweet for my taste (and there's too much of it). I modified the stir fry sauce a bit due to shortage of ingredients. I used 1 tbsp tamari soy sauce + 1 tbsp gyoza sauce and only 1 tbsp brown sugar. I also reduced oil to 2 tbsp with no problem.
Quick, light and easy. Perfect for a summer meal! We really enjoyed this! I used my pamper chef chopper to chop the onion, mushroom, water chestnuts, and fine chopped the chicken with a knife. I found the process simple!
The P.F. Changs Chicken Lettuce Wraps are made with GROUND Chicken, not cubed chicken breast.
Thank you for this - it was amazing! The recipe you provided is delicious and can be customized to meet any dietary needs. FULL AND HAPPY!
To save myself some work, I used ground turkey for this recipe. You'd never know the difference. The Special Sauce was WAY too sweet. Next time, I'll eliminate the sugar and ketchup (which is really high in sugar) and add more garlic & chile paste. I served the wraps with fried rice on the side . . . delicious!! My entire family loved it, and I'm making it for my Bunco group later this month!
Minus the crunchy fried rice noodles - this is as close as you will get. I did add some cooked, chopped up rice noodles for some added bulk, and have substitued ground chicken or pork for the breasts. The "special sauce" is the special treat!
Great,easy recipe! I didn't follow it exactly (no mushrooms) but the flavor was great...didn't have the rice noodles either...but just as flavorful! Quick too!
Can't believe how wonderful these turned out! I probably won't be paying 7-8 dollars for an appetizer anymore when I can make it at home for a lot less!
This looks like it would be hard because of all the ingredients but it is so easy. I even made my own mustard with Recipe #149962. These tast exactly like the ones I remember from PFChangs. No way for me to travel to pf changs for dinner and to be honest... If there was one near by I would no longer have the need. These wraps are the reason I loved that place and now I can make ones Identical to them. Thank you!
Delicious!! I seasoned the chicken just a bit though and love how light it is not heavy at all also love the crunchiness of the lettuce
Got a REAL CRAVING for this today for just myself, but did not feel like going shopping--- I had some chiken legs left over- - put some sesame oil in a skillet, added a little rice vinegar, brown sugar, ketchup, soy, garlic powder, hot mustard (from the chinese restuarant PACKET!), a little water, lemon juice, cooked it about 2 minutes, added the torn chiken pieces and a few peanuts because I did'nt have the crunch of waterchestnuts. Then, a light spinkle of "Oodles of Noodles" for an extra crunch--- put it on top of romaine lettuce-- Boys and Girls-- it works !!! In about 5 minutes!!!! I don't think my husband would ever know the difference!!
My wife, sister-in-law and I love this one.
These were so easy to make and delicious to eat!! Before you make these, I do recommend a Chop Wizard as mine made it so much easier to make!!! Definitely will make again!!!
Absolutely fab!

It does take a while to cut everything up and measure all of the ingredients out but I promise it is WELL WORTH IT!

These are yummy... and they are even better the next day when you warm them up. I think it's because the meat has time to soak up all of the juices....

Anyways, great recipe! Thanks so much for posting it. :)
Loved it!! Just as good and as difficult to eat as the real thing. All in the fun I suppose. Thanks Lali!!
I thought this was fantastic. I added chopped green onion to the mixture as well. I think I&#039;ll add peanuts or cashews next time for more crunch! I also added lots of special sauce to each wrap, as the mixture itself was just a little bland. I might add a little special sauce to the mixture while it&#039;s cooking next time.&lt;br/&gt;&lt;br/&gt;SOOO GOOD, though!
I just made this tonight. I thought the stir fry sauce was too sweet for me. I added more soy sauce and a little bit of pepper. I used ground chicken and added some chopped scallion. Thank you for sharing this recipe with us.
I made this last night. It was wonderful. Not quite as dark as P.F. Chang's but really good. Thanks.
I have never eaten at P.F Chang's, but if their menu is as good as this turned out, then I think I may have to give them a try!
I didn't have any sesame oil, so I used olive oil instead. The sauce turned out great. I also used chicken tenders and cooked them the same way. They chopped up really well, and made a wonderful consistency when mixed in with the water chestnuts and mushrooms. I think next time though, I'll only use 1tsp of the garlic and chile paste. This is definitely a keeper!
Delicious!!! A few modifications... used peanut oil, added ginger to saute sauce, along with the special sauce on top, we added green onions and raw shredded carrots, which are a must for this! Thanks Chef Lali!
used rice wine by Vinn instead of rice vinegar and it was very good. Thank you!
Tried these and we really like them! Worth the work. Can't wait to make them for friends!
wow, exactly what I was looking for. just the way i like lettuce wraps.
I added some chopped peanuts to the chicken. that was good too.
I love this recipe and have been making it for years. My friends and family always request it for any get-together! I double the amount of the "stir fry sauce", then you don't have to worry about it drying out. I also add a little extra brown sugar for extra sweetness. I believe this is even better than PF Chang's!!
Made these for dinner tonight. YUM! thanks they were awesome.
LOVE this recipe! Just like the restaurant's version. Easy and fun to make, too. Served with veggie fried rice and spring rolls "buffet style" for a casual dinner party. BIG hit, will absolutely make again:)
I give this 4 stars only because it does not use reduced sodium soy sauce and we used peanut oil for better flavor. Other than that, the recipe was perfect. We got 4 servings out of it, instead of 3. Thanks! Very Yummy!!
This was very good; my first stab at making chicken wraps. I added some left over zucchini & red bell pepper (about 1/2 cup each), and topped each wrap with shredded carrots. To increase heat, I used 3 Tbsp. of red chile paste. Next time I make these I'll probably decrease the amount of sugar; I tend to like things more hot than sweet. Thanks for posting, Lali!
Really good! I made it South Beach Diet friendly by using a sugar substitute (less amounts thought) and omitting the ketchup. It was a hit with the entire family.
Haven't had the ones at PF Changs, but this is a very good recipe!
This was finger-licking, sauce-dripping, plate-scraping GOOD! OK, now for the admission: I changed just a bit. Instead of using chicken breasts I used a pound of ground turkey. Instead of the water chestnuts I used 1/2 cup each of carrot and broccoli. I processed all the veggies together in my cuisinart until very small, and chopped the ground meat to small bits after browning. Also, nobody except me in this family appreciates spice or heat in a recipe, so instead of the chile paste I used 1 heaping teaspoon each of minced garlic and minced ginger. And in the special sauce, I added 2 tsp of cornstarch and brought it to a boil to thicken. Whew! That is the sum total extent of my changes. Does that disqualify me from the review? I hope not, because this one is a keeper. Thanks, Lali!
Excellent! Best ever, had this at a party and everyone loved it and could not stop eating it.
the special sauce was a little runny, and i added more chili for a slightly hotter flavor. these are also great with cubed tofu, which you braise in a lightly oiled skillet before adding the mushrooms and stirfry sauce- great for vegetarians!
If you ever have a chance to visit the Bamboo Club, order the lettuce wraps...50 times better than PF Changs. I would love to know what they do different! Anyone?
This recipe had great flavor. But in my opinion you need to cut the special sauce in half and double the stir-fry sauce.
This was really tasty but I found the special sauce to be too watery. It made a mess when we put it over the chicken. Tasted great but too thin. Next time I would cook the sauce and add a little arrowroot to thicken it up.
this was really good I made it just like you directed. I will make it agian. if someone wants the little meat balls they could do it easily by putting the raw chicken, mushrooms, onions, water chestnuts &garlic in the food processor, steaming the meatballs then finish by frying them up with the stir fry sauce. I may do that if I were to make this for company. but the directions make a great tasting dish!
It came out very good! I omitted making the hot mustard sauce and the garlic & red chile paste since I have a toddler that's afraid of spicy foods. I had a lot of sauce left over. You will need a food processor for this dish though or it will take forever cutting everything up. I don't think it tasted like P.F. Chang's dish but it was still good.
good taste

Im glad I have a food chopper
Easy, fun and delicious recipe! My mom and I threw this together in a snap. I added carrots and corn (what we had on hand) and omitted the water chestnuts as I didn't have any. I also followed the advice of another reviewer and subsituted hoisin sauce for the ketchup. The other change I made was to add chow mein noodles (dry) to the lettuce wraps for a little extra crunch. My parents LOVED this and that's saying something as they don't branch out much with the dinner menu. Thanks for sharing! Will be making these again soon
I prepared this meal a week ago. My son couldn&#039;t eat it because he&#039;d just had his wisdom teeth pulled. He asked for it to be prepared again and I obliged. He loved it as well as everyone else eating it a second time.
Very similar to PF Changs! I didn't use mushrooms, simply because i didn't have them and it still tasted great. We also only needed about half the special sauce the recipe makes. Thanks for posting!
It was disgusting. Nobody in my family liked it. :(
Excellent flavor! To me the lettuce seems irrelevant. It serves no purpose other than being a bowl for the meat. After a couple of minutes it becomes soggy from the sauce. I would rather serve the delicious meat in a bowl and be done with it.
I worked at PF Chang's for quiet some time. This recipe is an improvement on the wraps, in my opinion.
This is a wonderful recipe Lali. Being the first time I tried lettuce wraps at home, your recipe was awesome and very easy to follow. I only made a couple of changes simply for ease. I ground my chicken breasts with my Kitchen Aid mixer set with the large hole grinding attachment. It was the perfect size. I then stir fried the ground chicken first in a bit of oil until done, removed it then added a bit more oil and added the onion, water chestnut and mushroom mixture. Once that was on the way to being done, I added the chicken back in, the stir fry sauce and heated well. All I can say is that my husband and I ate until we couldn't eat anymore. The "Secret" sauce was great and not too hot. We only used a little of that on each wrap. Luckily we have some left over for lunch today. ;-) Thank you for this wonderful, perfect summer recipe. This will become a regular around here. 
Hugs, Susie
Tastes as good, if not better than going to the restaurant.
I've made this a couple of times in the last two weeks and really enjoy it! We actually prefer the sauce all mixed in with the chicken and thickened, so during the final step of cooking the chicken with the onion, mushrooms and water chestnuts, I added the special sauce and the stir fry sauce to the pan and thickened with some cornstarch that I had dissolved in water. This made it nice and thick and less messy to eat!! Great recipe!!
Amazing! My husband was impressed! I used ground turkey instead of chicken-much easier. I added a little ginger and some coconut. Also halfed the sauce. Served with brown rice and Ginger Peach Decaf hot tea. This is a keeper!
A little time consuming to make but always worth it. I have several family members that have asked me to send them this recipe.
OMG, This recipe is GREAT. I made it, omitting the mushroom and doubbling the stir fry sauce. My family members are very picky eaters and this dish never even made it off the burner. They filled their wraps from the pan and there were NO LEFT OVERS. I'm still getting compliments.
I husband love, love, loves this!
I was very disappointed with this recipe. The dipping sauce was great, but the chicken mix lacked flavor. I think if I make this again I will use some of the dipping sauce as my flavoring for the chicken mix.
Delicious! However, prep time for me was more like 60 minutes, not 10. I can't imagine anyone being able to prep this in 10 minutes, even with a food processor. Also, the "special sauce" ingredients could be halved - way too much sauce left over.
I am a firefighter and use this site often to cook for my crew. I have, at fully staffed, 11 guys to cook for at my firehouse and I cooked this the other night. The nice thing is I have a lot of help preping because this is a little tedious but well worth it. Many of the crew were asking for the recipe but I will definitely cook this again.So a big 5 stars from all 11 firefighters and believe me firefighters know good food when they taste it!
Must say that these are different than what I've ever made before. Precooked everything so I only had to reheat at dinner time. Added about 1/2 cup of cooked rice because I found that there was a little too much stir fry sauce. Didn't have hot mustard so I used regular mustard instead. Also didn't have ice-berg lettuce. Used leaf lettuce instead and found to be quite messy. I suggest that you do use ice-berg lettuce. Also didn't have too much chicken so I also added shrimp and scallops. Over all, quite a good and different dinning experience. Will make again. Also, I think I used only a 1/4 of the special sauce as I found to be quite sweet. Thanks for the recipe.
To: e.ringwald
You wrote, "Not to mention chang's does not even keep ketchup on site! (not authentic Chinese condiment)." You couldn't be more wrong. Ketchup was INVENTED by the Chinese!
Made for a baby shower. HUGE HIT!!! Deifinitely a keeper. I followed the recipe exactly and for presentation I put out 3 sauce options. I divided the sauce into 3 small bowls, left one plain, added 1small sppon each of mustard and chili sauce to the second and the third one I added 2small spoons of each. The spoons I used are maybe equal to half teaspoon...Oh, I also used Boston bibb lettuce instead of the iceburg, endive would work well too I think. Everybody was asking for the recipe! I used a food processor for the chicken and veges-big timesaver.
Not exactly like P.F. Changs but delicious. Needed more stir fry sauce so I doubled the soy sauce and rice wine vinegar in the stir fry sauce and added two tablespoons of oyster sauce. Also added salt and pepper to the chicken early on and then again at the end. <br/><br/>Didn't care for the special sauce or the red chili paste so made a mix of soy sauce and vinegar. That was good and so was the hot mustard. Yum.
Almost identical to PF Changs! The only difference is, I think I recall small rice noodles in PF Chang's recipe. I the chicken breasts I used were pretty parge so I had to make a bit more of the stir fry sauce. I also added Sriracha to the Special Sauce and added quite a bit of hot mustard and chile paste to counteract the sweetness. I will definitely add this to my archive of recipes.
This is a great recipe and even my kids liked it. I was able to adjust a few things in the recipe to a fit into my diet. Like using a splenda packet for the special sauce and using only a tsp. of splenda brown sugar for the stir fry. I also used regular vinegar in place of the rice wine because of the calories and sugar and reduced the amount of ketchup. It was wonderful!!
This recipe didn't really taste anything like PF Chang's recipe. It was okay but not like the real thing.
This was so good!! I also made a recipe using Yves vegetarian ground beef for the chicken, since my dad is a vegetarian, which also turned out amazing! I reccomend using a food processor to chop the veggies and the water chestnuts, and to make the chicken finer.
Incredible! Absolutely loved it!
Googled for a lettuce wrap recipe and found not only this one, but the site. Great place. Great recipe. Just happened to have everything in the house except the mushrooms, so made the filling with red pepper instead. Excellent, and a bit more crunch. 
I didn't use oil or sugar. I subbed honey for sugar and just left out the oil. Didn't have the paste, so used garlic powder and a few red pepper flakes. Nice finish in the mouth. I ate four small ones immediately. Just loved them. My daughter asked me if we had a Chang's in my town, but as far as I know, we don't. I sent her the recipe to try at home. It's a keeper.
Other than the special sauce being a little too thin, this is a wonderful recipe! Will make it again. Thank you for posting!
This recipe is great! Pretty close to P.F. Changs, but not exactly. I added a few things to put my own little twist on it. :) I added hoisin sauce (just a splash) for flavor and that caramel brown color. I also added asparagus, just enough for a nice color pop and some crunch. I omitted the ketchup. I also added about half of the special sauce to the wok while the veggies and chicken were cooking. It turned out AWESOME. My husband always wants me to cook it and my friends are addicted. Great recipe!
This recipe didn't turn out well at all. Chicken was dry and the sauce was too sweet.
Yep. This is it!
I really really love this one. It's a little labor intensive if you have to chop everything up by hand, but regardless of how long it takes, I think it's worth it in the end. Only complaint was there wasn't enough
Excellent recipe! My family loves it as a wrap or on top of a salad!
Absolutely delicious!! Felt like I was at the restaurant. I dont like the spicy red chili sauce or the hot mustard. It's your preference.
I have made this recipe several times and it is outstanding. We love the flavors and it tastes very much like the real thing. Thanks for sharing.
This recipe is FANTASTIC! I have found soooo many wonderful recipes on this site. I don't have a P. F. Chang's close to me, but I go to Pei Wei (owned by the same company) all of the time. I guess I won't be going as often now! Lol.. Thank you Lali!!!!!
great!!!!! the only thing is it took much longer than what it says.. but i want to make this EVERY WEEK... taste almost better than the real thing. i love it.
We had our first trip to PF Chang's last month and someone ordered the Lettuce Wraps. While our experience at PF Chang's wasn't great (just a bad night I guess, all of the food we ordered was burnt) I wanted to try this at home. It was excellent and will now be part of our regular rotation. <br/>Thanks Lali!
I used little less water in the sauce.
It was really good.
Delicious!
These were really good. The special sauce is really good, the only ingredient I did not have was the hot mustard and it still turned out great. I did add a little hoisen sauce to the chicken mixture because it needed just a little something more and was the perfect thing to add (about 2-3 TBS) I ate these all by myself tonight. Will keep in my recipe box.
I only used 1 chicken breast for the two of us and fresh water chestnuts. Wow really good. Loved the sauce and will make again soon to use up my Butter lettuce from BB. Served with a veggie stir fry and soup.
Excellent and so much like PF Chang&#039;s you won&#039;t notice the difference. With a food processor you can get the chicken pretty ground/diced easily as well.
Very good and while not as simple as throwing a couple things in a pot, it wasn't complicated or time consuming either. Start to finish took approximately 25-30 minutes. I made the two sauces first, then the stir-fry sauce since I had everything out. I chopped the onions, mushrooms, and garlic and set aside to be dumped in when the time came (didn't have water chestnuts). I cubed the chicken before cooking (I find that easier than cutting after and it cooks faster) rather than take the time to mince it, but that's me being lazy, lol. I also added some slivered almonds for crunch and, while not authentic, I think I would like crispy noodles in this as well. The special sauce was thin and ran right through, which was fine, but next time I'll add some cornstarch and heat it a little to thicken it so it will really stick. The hot mustard/chili sauce was a fantastic and incredibly simple condiment to whip up. I served over romaine (what we had) which was good, but I can see where the extra crunch of iceberg would be better. My husband went nuts over this - ate 4 wraps all the while raving, so it's definitely a keeper. I'm sure he'd give you 10 stars if he could ;)
Used a food processor to get diced items uniform in size. Delicious!!!
This was great, tasted just like what I had at PF Chang's. These are the changes I made based on availability. I left out the water chestnuts, as I just couldn't find them at the store. Secondly I replaced the lettuce leaves with cabbage leaves, because thats what I had on hand. Also I could not get hot mustard and garlic chili paste, so I added 3 tsp of franks red hot sauce to dijon mustard/water mixture. I also used ground chicken, as suggested by a reviewer, which simplified the process. It was really pretty quick and easy. Kind of messy, but so tasty I didn't mind.
Great recipe! Only change I would make is to substitute Hoisin sauce for the ketsup. I think you'll get that smokey, rich flavor in the sauce :)
Separate dipping sauce was not used. Very tasty without! Chicken was a little too well done. I&#039;ll try not cooking it without some of the stir fry sauce
Delicious! I used ground turkey for this and it was so easy, and had great flavors. I will certainly make this again!
Delicious but a little labor intensive for me for the typical family weekday night. The 10 minutes prep was way off for me. From start to finish, this meal took over an hour to get to the table. I will probably make it again but mince the chicken before browning and half the special sauce as it was much too much for us to use in one meal.
I just happened on this recipe tonight and thought I had reviewed it. I guess there are plenty of reviews, but if anyone wants a lettuce wrap that is delicious, this should be his/her first try.
I've used head lettuce, leaf lettuce, and romaine.......all work well, but the softer leaves wrap best.
This does make a lot of filling, but it keeps well for a couple of days.
Thanks for posting......it's one of our favorites. Donna
I'm sure I reviewed this years ago, but am doing it again. I've made so many different lettuce wraps and this is the recipe I come back to over and over again. I can't seem to pin it so don't ever take off this site please. :) I make it exactly as written, or mix in extra veggies, make it and put over rice, or just serve over a bed of lettuces sometimes. All great. Thanks Lali.
I finally made these today and these were really good. Everyone liked these. My fiance told me this is another great appetizer I must serve at my parties. Thanks Lali for sharing this great recipie.
these were GREAT! they could use some peanuts but other than that, they were wonderful
I made this for dinner tonight - prep was easy and everyone loved it. Called my brother and gave him the recipe, this is a keeper. Thanks for posting.
These tasted similar to the ones at PF Changs, however, the sauce was thin it made the wraps VERY messy to eat! I see another poster has tried adding the special sauce mix to the stir fry sauce, and I think I'll try that next time. I think the sauce would be a lot better if it reduced some to concentrate and thicken it.
One word: terrific! Didn't change a thing, wonderful flavors. Will become a go-to recipe in my house.
Never ate at P.F. Chang's so I have nothing to compare this with. Also, I only made the special sauce and stir fry sauce to stir fry some vegetarian chicken I bought for chicken wraps. So based on the sauces alone this was a 5 star recipe. I kept the leftover sauce and will use it on something else. Note I used real garlic since I didn't have any garlic chili sauce. I should have added some red pepper flakes for more heat. Thanks, this was tasty.
Very tasty! I used baby bella mushrooms and ground chicken. Just chopped everything up in the food processor including the chicken breast. It was way cheaper than store bought ground chicken. I didn't have all the ingredients for the special sauce so I can't give it a fair rating. But the stir fry sauce was perfect. I used a store bought sauce from Trader Joe's to put on top. When i find the name of it I will post it. I will definitely make this again! My husband hates mushrooms and he didn't even realize they were in here.
These are delicious! I've always been a huge fan of PF Chang's lettuce wraps but have never really attempted to make it at home. To me, they don't taste exactly like the real thing, but are still really tasty. I did make some adjustments. For me, the special sauce was to sweet and ketchup-y. I added a little more vinegar, sesame oil, and soy sauce. I also added some ginger. The special sauce made A LOT so I actually used that while cooking the meat and veggies (I used ground chicken) instead of the recommended "stir fry sauce". In my experience, soy sauce, even when mixed with sugar, doesn't stir fry well. Also, once it was all said and done, I topped with some fresh cilantro which gave it the perfect added touch. Thanks for sharing!
I thought this recipe tasted very average, and it was messy to eat. I will not make it again.
Never having eaten at PF Changs, I don't have anything to compare it to but believe I might be disappointed with the real thing. I made several changes to compensate for ingredient shortages and dietary needs but the end result was delicious. After doubling the recipe to suit my family I didn't have enough water chestnuts so I substituted thinly sliced baby carrots for what I was missing. Instead of cooking in oil, I opted for cooking spray and about a tablespoon of sesame oil for browning the chicken. I also need to add that this is an easy recipe to convert for a vegetarian diet. After draining the tofu, I sauted it in a seperate pan and proceeded to follow the remaining recipe instructions. A few things to remember, 1. If doubling, no need to double the sauce. We have WAAAY more than we needed but it will facilitate the prep when we have it again. 2. This can be a lot of work without a chopper, processor or willing sous chef (Neither of which I had) so plan accordingly.
I made these for the first time last night for dinner and they were Amazing! I definitely suggest the use of a food processor it makes things much easier. Also I couldn't find the garlic and red chile paste so I didn't use it, I also didn't use the hot mustard. Even without these ingredients the wraps were delicious! I will definitely be making this again!
Awesome! I will make this again soon - and will try rice or noodles as an option. Using ground chicken makes it so easy!
I can't even begin to tell you how excited I was to see this recipe! I just love PF Changs lettuce wraps and I am so excited to make them for my family, Thanks!
Awesome recipe! I amped up the mushrooms because I had a ton and put them thru the food processor because my kids usually pick them out it they recognize them. Rave reviews!! The sauce is too hot for kids, but definitely adds to the flavor.
I made these using two pounds of ground turkey and doubling the ingredients. I served this to my family of 4 (me, hubby, an 8 year old and a 10 year old.) There was not one piece of meat left! They were so good and we really had fun eating them. We will definitely be having them again. Thanks Lali!
I found the stirfry portion itself a bit lacking, so I added dried chiles and minced ginger. I minced the chicken and water chestnuts finer and thickened the sauce with cornstarch.

Turned out wonderfully!

I was quite disappointed with this recipe, considering how many great hits it got!!! I have had PF Chang's Lettuce Wraps many times and I don't remember them tasting like these. There was a number of reasons that this recipe didn't work for me: 1) the sauce was way too thin..it passed right through the meat and ended up in a large puddle on the plate. Cornstarch is definately needed to thicken this sauce up 2) it's fussy cooking as far as I am concerned. I had cooked, cubed chicken on hand and this still took over 30 minutes to put together 3) I don't particularly like wearing my food or having it drip on to my hands. 4) I felt I had to eat faster so I could at least get some of the "special sauce" before it did drip onto the plate. The bonus point was that it did actually taste OK...but worth making again? Sorry, but I am going to take a pass!
Really good to know that I can now make my favourite food at home.
Fun fact: This is actually from a Thai recipe called Larb Gai, originally. After you make this, you should look up the original recipe for larb (or laab), and compare! I prefer the original one, myself.
Made this for bunco night- the girls just ate it up. I used ground chicken and added Emril's Asain seasoning- but I made the special sauce the same. I have eaten it for 2 meals a day since, and will be sad when it is gone.
Love this recipe! I sometimes substitute ground turkey for the chicken, this works well if I'm in a hurry. Overall, I think this is the best PFC CLW recipe out there!
Great with the following adjustments: Use ground chicken and put the onions in early on with it. Then just add other stuff to the pan - much easier. Cut the sugar in the special sauce in half. Add about half the special sauce right to the chicken, with about a 1/2 tbsp of cornstarch so it thickens up. Otherwise they're very runny. Everything else about the recipe was perfect! Didn't taste exactly like PF's, but close. The special sauce was very close to PF's. Thanks!
The lettuce wraps are delicious. My husband and I love to go to P.F. Chang's to eat the lettuce wraps, but with two kids we don't have much time and money to spend. Now we can eat it at home and spend less!! It's great, thanks!!
Made these tonight and came out great...not exactly the same but close. I used to work at PF changs and always loved the lettuce wraps. Next time I think I will add ginger to the mix, also adding fish/oytser sauce, and/or Hosin sauce to the cooking sauce would add more flavor. Tonight I added Bangkok Padang Peanut sauce to the final chicken mix and it came out so good. Fun to make and fun to eat.
I gave it 3 stars because it is a lot of work. The result is closed but not quite the same.
I've made this recipe for years and my family loves it. I do change one thing though. I make it with ground chicken. It's much faster and taste even better to me.
Yummy! i order these all the time and this is the closest to the flavor that I have come to. I used 1 lbs of ground turkey and doubled the ingredients. The whole family dove in and were shocked when we ran out. Thanks for this keeper!!!
Very Good!! A favorite with the adults and the kids. The kids were looking at it like it was an alien. My 15 year old girl couldn't stop eating them after she tried one and she's the one that doesn't like to try new things. Even my 7 year old boy was really enjoying them. Looks like we'll be making this a lot. The sauce was excellent. I agree with the other reviewers, makes a great salad dressing. The recipe was easy to follow and I used my Slap Chop to dice up everything and it worked out well.
Not that this recipe needs another review... but this is awesome. The whole family loved it, including the kid-teens. I found the directions a bit confusing but it all worked out. I had more "special sauce" than we needed so that could easily be halved or do what I did and add it to the chicken mixture. I poured 2/3 of the special sauce over the chicken mixture and heated it through. Served it on romaine leaves. My son suggested crunchy chow main noodles on top, so I'll give that a go next time. Thanks for sharing, it's a keeper.
These wraps tasted jus like PF changs...love the recipe
This is very good! And easy to make!
Great recipe
These were really great. I used my pampered chef chopper for everything. I thought the special sauce was a tad on the sweet side, so next time will cut back a little. I doubled the recipe and used med. sweet soy instead of the soy & brown sugar in the stir fry sauce(it's called kecap manis - a thick sweet soy sauce), so there was no watery stir-fry that someone mentioned previously. Although, if cooked long enough I don't think it would be watery anyway. I firmly believe that the chile sauce they use is just chile sauce (sambal olek), not the garlic & chile, I have both in my fridge and tried both. I added my green onions just before serving so they didn't get too cooked in and that definately made it look prettier. It's pretty dark in PF changs can anyone really recall what they look like? I can't. I really missed the white crunchies, so next time I will make a trip to the International Market and search them out. Thanks so much!
Excellent choice. I used a little more chili and vinegar and a less sugar and grilled the chicken first. (Once it cooled I cut it into pea-sized pellets). Couldn't have been better.
This is one of my favorite apps.
This was fantastic! I roughly cho[[ed the chicken breasts before cooking, stirfriede, then removed from heat and used my pampered chef food chopper to chop the chicken as Jewel suggested. Workede beautifully! Looked exactly like PF Chang's. I added some hoisen sauce to the special sauce, and I added some ginger to the filling. Loved it.. will be making again.. I'm thinking of going low-carb.. next time I will try using a sugar substitute.
i just made these and they are wonderful! I have had PF Changs and they are very simular. The only thing I would do next time is cut the water in the special sauce to 1/4 cup. I would also use a sugar substitute to cut the fat. Yummy...
Always a hit and very close to PF Changs! I prefer to use boston lettuce, it holds up than iceberg.
The sauces are fantastic!! I also finely diced some carrots which I sauteed with the mushrooms and added to the chicken. I also diced the chicken and ran it through a food processor for just a few seconds. My famiy LOVED this dish.
ENJOY!!
Thanks for posting it!!
Melissa
This is absolutely a tasty and fun way to eat chicken! I made it with ground chicken and came out exquisite. But next time, I'll cut down on the soy sauce...too much sodium burned my tongue and made me very thirsty afterwards.
Great recipe despite my mangling. Because I forgot to notice it was 'rice wine vinegar', I used red wine vinegar (a little less than the amt of rice wine vinegar called for). Forgot the garlic and tomato paste and substituted some Spanish hot sauce I had on hand. At someone's suggestion, used ground chicken which worked a treat and saved me getting out the food processor. Also used hoisin sauce. The hubby loved it so I'm sure I'll make it again.
this was just horrible, i didn't enjoy anything about this.
Very good! I can't wait to make these again. Used ground chicken instead of whole chicken breasts...cooked much faster this way and no need for dicing the chicken. Served with brown rice that I added a little sesame oil to. Super yummy! Better than takeout!
Very good recipe. Instead of serving in a lettuce cup or rolling up I served mine on shredded lettuce and it worked out great. Even my husband, who is a picky eater, liked them. Thank you for the recipe.
These were DELICIOUS! I personally don't like the sauce because I hate vinegar but my husband loved it. They were really easy to make. I didn't use red chili paste or spicy mustard because I didn't want spice in it since my kids were eating them. The recipe doesn't make much, I doubled everything and next time I will have to triple them as there were no leftovers and we were short one person. But definitely something that will be a regular dinner in our house!! YUM
Great flavor! Very similar to the store. I recommend using less water.
i made these and the other one, can't decide which is like our local take out. both were very good.
This was easy and excellent. My only changes would be: add some minced garlic to the stir fry sauce, perhaps a BIT less sugar in general (we prefer things slightly less sweet) and more onion! I am giving it 5 stars because of the ease and versatility-- but I would say that a bit less sweet would make it a HUGE success for our family.<br/><br/>The cool thing about this recipe is that you can add anything to it: rice, edamame, green onion, snow peas, etc etc etc etc. I even used ground turkey and chicken for a bit of a texture difference. <br/><br/>Great recipe.. very versatile.
We were really looking forward to eating these wraps, but they just didn't do it for us. The sauce was too ketchup-y and the meat seemed dry, maybe would be better with a bit of fish sauce??
I loved these, and thought they were pretty close to the real thing. The real ones are a little darker in color to me, so maybe more stir fry sauce? I'm not sure, but either way, this is a keeper. And it was so easy to make! I used crimini mushrooms, and I don't eat mushrooms as a rule, but I chopped them very small. They just became part of the mixture, and didn't stand out on their own. Everything else I did exactly as written. Really good.
This recipe was nothing like P.F. Chang's. The stir fry sauce was runny and did not adhere to the other ingredients or flavor them.
Recipe makes way to much secrete sauce. Will probably thicken that and use it in another dish. I ground my chicken and used green onions.
Was o.K. but for the work involved, I think I will drive 75 miles to eat it in their restaraunt where I can also enjoy it along with their other yummy dishes!

thay are sooooooo good I go there just to order them. now I can also make them. 
thank you nanc
Hey if anyone wants to know the original recipe for the "special sauce" (I have to know it because I waitress at a PF Chang's)----- its made with: sesame oil, chili oil, soy sauce, white vinegar, sugar, water, and green onions. then you can add hot mustard and chili paste if desired.... now this is much more complicated than the recipe listed here.. but if you wanna go the extra mile, its up to you.
We loved these! They weren't exactly like the P.F. Chang kind but they still tasted really good. I will definitely be making these again!
The sauce was very mild so keep that in mind if you like it spicy. I used ground turkey instead of chicken and it was great!
I am anxious to try this recipe. We have a restaurant called Bonfires and have been trying to find the recipe for their chicken lettuce wraps - they are soooo good. I know they use a terijaki sauce, so have been looking for different sauces. Bonfires also uses endive for their wraps - makes a great wrap. Thanks to all who have posted, very helpful.
First of all, I didn&#039;t make this recipe exactly ... but it was darn close ... and I loved it...thus the 5 stars. For the sauce, I added some minced garlic, a little corn starch slurry to thicken it, and cooked it for about 5 minutes to reduce it. The end result was great and I&#039;ll use this for other foods such as egg rolls. I used green onions (white part mostly) for the onion part and used the chopped green part of the onions to garnish. Worked out nicely. I used boston lettuce rather than iceberg (tasteless in my opinion), as I use this lettuce for bulgogi. Highly recommend this recipe and expand it to your own tastes as I did. Definitely will make again.
So close that I dont need to drive 35 miles to get them! I LOVE this recipe! Nice Job!!!
I'm not sure I remember the lettuce wraps quite like this...I used ground chicken which is much easer than all the slicing and dicing. The chicken dish itself seemed to still lack flavor though, so I added a bit more soy, and some hoisin sauce. I didn't care much for the taste of the special sauce, so I used to hoisin sauce for that as well. So I guess it's pretty good after dousing it with hoisin :-)
LOVED these! They taste almost as good as the real thing! Thanks for posting!
This was very yummy, but I probably wouldn't go to the trouble of making it again, a lot of chopping. If I have a craving for it again I will probably order from the Chinese restaurant, lol. It was fun though and worth trying.
This recipe is great! Tastes just like the real thing. Only thing that I was confused about...when/where do you use the onions? For some reason they are listed in the recipe, but not given in the directions! I just put them in with everything else! Thanks!
I have never had the original, but these were really fun to make and surprisingly fast. I followed the recipe exactly and served with sesame noodles & egg rolls. We have a bunch of leftovers for dinner another night this week. Thanks!
Really good! Just one minor change: omit mushrooms and replaced with red bell peppers.
The sauce is too watery, it's not the same at all...it tastes good by itself, but really needs to be more concentrated if it's to be tasted once it's put on the wrap. The filling was very good though!
These are SOOOOO good! I love PF Chang's Chicken Lettuce Wraps, but the closest one is about 30 miles away, a little too far to get my fix. These are just as good! Like most have said, it doesn't quite look like the same as PF Changs versions, which is darker and more caramelized looking, but the taste is almost identical. And the special sauce just makes it! I followed the recipe exactly, but served it with sliced green onions. It seems like a lot of ingredients, but I had almost everything in my pantry. Next time, I'll stop at the Chinese restaurant and see if they'll sell me some of the fried rice noodles. I think that extra crunch would make these even more delicious. Another idea to make this stretch a little further is to serve it with rice. My kids mixed the chicken filling with cooked white rice and then rolled it up in the lettuce. I will definitey be making these again! Thanks soo much for sharing this!
I thought the taste was pretty good, maybe not quite PF Chang's, but good! I only made 2 major changes
1) I thickened up the sauce quite a bit so it would "stick" more when you were eating it. Just added a little flour, whisked really good and let it reduce and thicken
2) Right before eating I also mixed in some fried rice noodles (you can buy these already done just like chow mein noodles) to give you some extra crunch and texture I thought was missing. I remember the PF Chang's version having a bit more crunch and I think these did the trick.
Thanks!
So good!!! Just like P.F. Changs!! Thank you so much for posting!
These are really good! With that said, the special sauce is not quite the same as what you get at Changs but it is still really, really good. Just makes sure you chop everything very fine. Yum!
These were really just so delicious. DD and her BF said they tasted just like PF Chang's and they really enjoyed them. I found them just a tad too sweet for me but ate mine all up. I made mine with ground chicken and for the life of me I couldn't find my water chestnuts. They were probably staring at me while searching for them, so gave up on them and continued without them. For the special sauce I listened to some reviews and added a little cornstarch slurry to thicken a bit, which turned out great. For the stir fry sauce I added a little bit of red chile paste as well probably a teaspoon and about a teaspoon of hoisin sauce. This made it very flavorful for the chicken. If you roll them and hold them properly they didn't drip. I served them with Recipe #367177 and it was a tasty meal. Thanks for the post Lali
Thought the "special sauce" ruined the recipe....it was WAY too sweet so I cut the sugar in half and remade it. Even then, it didn't taste anything like the sauce at P.F. Chang's: the ketchup and lemon flavors were overpowering and we REALLY didn't like it at all.
I love, love, love this recipe. We don&#039;t have a P.F. Chang&#039;s near us. I crave these and make them probably 3 times a month. I make extra sauce, which keeps very nicely in a tightly sealed container in the fridge, so all I have to prepare each time is just the filling! Thank you Todd for sharing!!!!!!!!!!!!
A really nice recipe for sure. Regarding the special sauce; I thought the consistency was a little thin, so I brought it up to a boil in a small saucepan and added a slurry of water &amp; cornstarch (2-1... about 3 Tbsp total) and simmered for a couple minutes. What a phenomenal sauce! Oh, and I subbed out half the ketchup for hoison sauce on the advice of others. The meat mixture was spot-on as well. We struggled a bit with the whole lettuce wrap thing, but it was a newer concept to us. Really, really delicious though. Thanks very much.
I kind of blended this recipe for another on here but used this special sauce and it was GREAT!
We used good turkey and it was fantastic! Thanks!
OOOhhhh mmmmyyyyy!!!! these were so good! they hit the craving perfectly. used iceburg lettuce. <br/>I used half of the chili paste and mustard listed and it had plenty of heat (and I like HEAT) so warning to others, go easy... you can always add more but you cant take it out.<br/>next I dound that the special sauce was about twice as much as I needed. so next time I need to double the solids !!!! LOL <br/>I added the special sauce and let it cook for a few minutes.<br/>I used green onions, and regular mushrooms. next time I might use ground chicken to save a step. used the mini chopper for the water chestnuts. <br/>this is a great recipe! next time I might try to make a second sauce using hoisen sauce instead of ketchup just to see on as few bites. by the way the hot mustard I used was the extra hot version, all they had. I only used a teaspoonI will be making this for family events since I can keep it warm in a crockpot etc. and then of course you wrap as you eat so that your lettuce doesnt get soggy
These were amazing !! Great flavor, a hit at our house.<br/>Thank you for this great recipe !
I made this with 1st the ground chicken then with the chicken breasts. Ultimately, the chopped chicken breasts taste better, and have a better presentation. I used green onions, and baby portabellos, which had great flavor. I tried doubling the stirfry sauce as suggested but it became too salty. I did add an 1/8 of a teaspoon of pepper to the stir fry sauce and it really balanced it for me. They were a big hit!
This is the first recipe I've tried from Food.com. I rated it 5 stars because I thought it was absolutely wonderful. It was easy to make and so good. Yummy!!
Loved this dish, tasted like restaurant quality. Easy to make. The only problem I had was peeling lettuce leafs nice and neat. :)
These were great and very easy to make. I was able to prepare them ahead of time and then just heat up the meat. I would highly reccomend them!
I had this at P.F. Chang's when I was pregnant but I don't remember what it tasted like so I can't compare. This was really good though! I didn't have water chestnuts :( so I added some carrots instead and also added a little bit of ginger too. I was too lazy to chop everything so I pulsed the ingredients in my food processor. Much easier! I also forgot to add the mustard and garlic chile paste - didn't miss it! I ate these Korean style - lettuce, rice, chicken, and sauce. Yummy!! Thanks Lali!
It was great.. The only thing it took alot longer than 25 mintues to prepare. No biggie I was not in a rush. I could use more spicy sauce.
Wonderful recipe. Tastes as good as any restaurant. The only thing that makes this better is dependant on personal taste. I like carrots so those are sauteed with the onions(not so much), then the rest is added. Thanks for the recipe.
GREAT RECIPE!!! My husband loved it!
Great Recipe! We substituted very-firm tofu for the chicken and it turned out just like at the restaurant. Thanks!
I loved this recipe. So healthy and good! I used ground turkey and put this together quite quickly using the suggestion of other reviewers and chopped veggies with a choppper. My BF said that it was VERY GOOD!!
I really liked it. Thanks for posting this recipe Lali. 











This are delicious. My teenage daugter loves P.F. Changs and loves the lettuce wraps. I use a hand chopper to chop up everything, like the one Pamper chef sells. It works great. You can also make this recipe using vegetable only. I do a bit more garlic for veggie only to add a little extra.
Family loved. Only complaints come from my mistakes the recipe was great. Got my family to eat lettuce and love it...
I LOVE THIS RECIPE!!! I am now the favored employee at all potlucks and other food events at work. I added a 1/2 teaspoon of minced ginger to the stirfry for a little extra ummphh. I also used the Maifun noodles so they are just like the real things! I think my next potluck, I will just make it a topping for a salad to make it a bit more user friendly. Thank you so much for finding out this recipe!!!
I would recommend using a wok if you have one - otherwise a very hot cast-iron pan. Also, I doubled the stir-fry sauce to get that same dark color as the restaurant version! Now I don't have to travel 100 miles for this awesome dish anymore - thanks Lali!
One word - FABULOUS! We had this tonight with a cold Asian Noodle Salad. I added a little red cabbage and shredded carrots to the stir fry. We also used 1/2 lb ground chicken - I wasn't sure how much to use since the recipe just said 2 breasts. Love the special sauce! I think it would be DELISH on grilled chicken. We had some left so that is what we will be using it for! I also thickened the sauce a little with a cornstarch slurry. I only used 1/2 Tbsp hot mustard and then added 1/2 Tbsp Sriracha "rooster" sauce. Yum-O! Thank you so much Lali for posting!
Outstanding!!! I love this recipe. My husband says it is better than at P.F. Chang's. I am so glad you posted it. I will continue to make this dish.
Just like the real thing!
I'm a big fan of P.F.Chang's chicken lettuce wraps as well and I too thought this was not their excat recipie but it was a runner up. I thought it was a little too sweet, maybe the ketchup needs to be left out, but hats off to coming up close to the real things. We really did enjoy it.
Thanks for posting it....!
The Special Sauce is Incredible and I'm giving just this sauce a 5 for flavor, although it does need tweaking, as it is as liquid as water. I doubled the recipe, brought it to a boil, added in 2 tsp of cornstarch (in a water slurry) and then cooled it. This gave it a tiny bit of body. The heating of it did no harm to the flavor. I think next time I will add at least 1 T cornstarch to a double recipe of the special sauce. With these ingredients, you can make up a batch and keep it in the fridge, as none of it's going to spoil. Also, each time I made this recipe, I only added half of the recommended water, because others had said the sauce was so runny. I was hoping to avoid the problem, but it did not, and that's why i went with the corn starch thickening process. It only took a minute or two and you can do it days ahead and save this like salad dressing.
The chicken I can only give a 3, which is why I've rated this dish a 4 overall. I found the chicken mixture to be very bland and ended up adding ginger/garlic and fish sauce to improve it. Thai basil was a delicious add-on.

This is a nice appetizer that's tasty, but I would not serve it to anyone I didn't know very well. It's extremely messy, the lettuce splits, the sauce drips. It's about 3 times more difficult to eat than a crunchy taco from Taco Bell. If the special sauce weren't so over-the-top delicious, I would rate the whole dish a 3. By the way, I just mixed 1 1/2 tsp of Chinese hot mustard and 1 1/2 tsp of the chili garlic paste right into my sauce and it was the perfect balance of sweet to spice for my family. I did not bother mixing the Chinese Hot Mustard with the 2 tsp of water (maybe some buy their hot mustard in powder form? Mine is in a jar.) Start with 1/2 tsp of each and keep adding until you like it!
This was an awesome recipe! My family loved it and is begging me to make more.
Thank yo.
This was fantastic! I have never tried a recipe like this before and I don't really eat food like this but it was AMAZING! My boy and I both enjoyed it - Gold Star recipe!
I made this with 8 oz. tofu instead of the chicken, marinading it in the stir fry sauce. I also made up my own cooking process because the one here seemed unnecessarily complicated, at least for working with tofu. Great inspiration, though, and the tofu version will absolutely be a staple of our diet from now on. Thanks, Lali.
what gets me is some of the peoples pictures looked great then some looked like dogfood on a white piece of lettuce. lol
Easy, awesome! My whole family loved them.
Wow! I love the lettuce wraps at P.F. Chang's and these are so close to the real thing!! I omitted the onions and mushrooms since I don't like them, I also omitted the seasame seed oil. They were a little messy since my lettuce wasn't large enough to accomodate what I was trying to put in it. I think next time I'll make everything as a salad! A bowl of fresh chopped lettuce, topped with the chicken/water chestnut mixture and the special sauce as dressing. I can't wait, YUM!
One of my favorites at PF Chang's LOVE IT!!!
This was wonderful. I did about 1/2 chicken and 1/2 mushrooms and it was so yummy it makes me think this could be completely vegetarian with all mushrooms and even raw, if you wanted to go that far. Delish! I used my pastry cutter for chicken and the mushrooms and it was a bit tedious but it worked.
The taste was excellent. I must have done something wrong though. We had trouble with the lettuce leaves. The special sauce would run out and run everywhere! Next time I'll serve it over rice!
Absolutely Amazing and Exact Replica of PF Chang&#039;s Lettuce Wraps!
This was good but I liked it better with a spicy peanut sauce I made from peanut butter, red curry paste, soy sauce, rice vinegar, ginger, garlic, a little brown sugar and water as needed, blended in food processor. The special sauce was okay but we liked the peanut sauce much better.
Great recipe. All my kids (even the picky ones) loved it. I used ground chicken, but otherwise followed the recipe. The ones with pickier palates didn't add the sauce, while the more adventurous ones did.
We love lettuce wraps and this version is very tasty. I also just minced up the chicken breast (after cooking it - as per instructions) as I don&#039;t like buying ground chicken. I did change up the sauce based upon some of the reviewer comments and the outcome was quite good. Made for Name That Ingredient tag, January, 2014.
Excellent.

We followed the recipe, however we substituted Ken's Steakhouse Lite Asian Sesame with ginger and soy dressing for the Special Sauce...and it's great!

California Pizza Kitchen's version is close, but I think they use a Thia peanut like sauce.
the special sauce was too sweet, the sugar can be cut in half or more. but the recipe was great otherwise
Tried this -- not our favorite. It was a lot of time spent for little delivery. I appreciate that you put this out here for us to try and I enjoyed the preparation hereof but the flavor and final product just wasn't what we thought it would be. Note - I did follow exactly with all exact ingredients - perhaps just not the right dish for us that night.
Very close to the restaurants. HOWEVER!!! The special sauce...This recipe is WAY too complicated. As a former Chang's server (opened the first store in SC and worked there for over a year) - Simplify it. Although each server has a separate recipe for the sauce, it is basically as follows:
Add some chili paste for tongue spice. Add some hot mustard for nasal spice (like wasabi or horseradish).
Add some soy for salt.
Add some white vinegar to help break the spice.
Add some chili oil (if you have it) for pepper taste.
Exact measurements are a personal taste.
You can add additional to yours if you want. I use to add lemon juice, because that's what I liked. Other servers add a splash of coke or a packet of sugar.
There's no reason to add 10 ingredients if you want something similar to the one in store...Not to mention chang's does not even keep ketchup on site! (not authentic Chinese condiment).
My husband and I love this recipe! I use ground turkey in place of the chicken breast which eliminates a few steps. Before starting chop water chestnuts and mushrooms. I saute the onions in the oil, add the turkey, when the turkey is almost done add the garlic, water chestnuts, and mushrooms. After cooking for a few minutes add stir fry sauce. We also serve this over rice noodles, which we fry, just like PF Changs! Thanks for the great recipe!!!
I doubled this and my family couldn't get enough! It really was very easy and one they are asking for again! This will become a regular at our house. Thank you!
I really liked this recipe I agree that the chicken part can use a little kick. I buy chicken breast and have the meat department grind it for me. I am going to try using this meat as a base for more vegetables.
Great recipe--- made it twice; once w/chicken & once w/ground pork.... most friends liked the ground pork better........ but wither one is great....
Absolutely scrumptious. Mercifully I had checked the user ratings before hand and only added half the amount of sugar and water in the special sauce mix. It was perfect. I understand why putting in half cup of water might've made it too runny.
I also added some oyster sauce and white pepper to the chicken. This was quite quick considering I bought store minced chicken and didn't have to go through the cumbersome process of mincing it myself.
Amazing. The sauce is great on salads, so make double.
